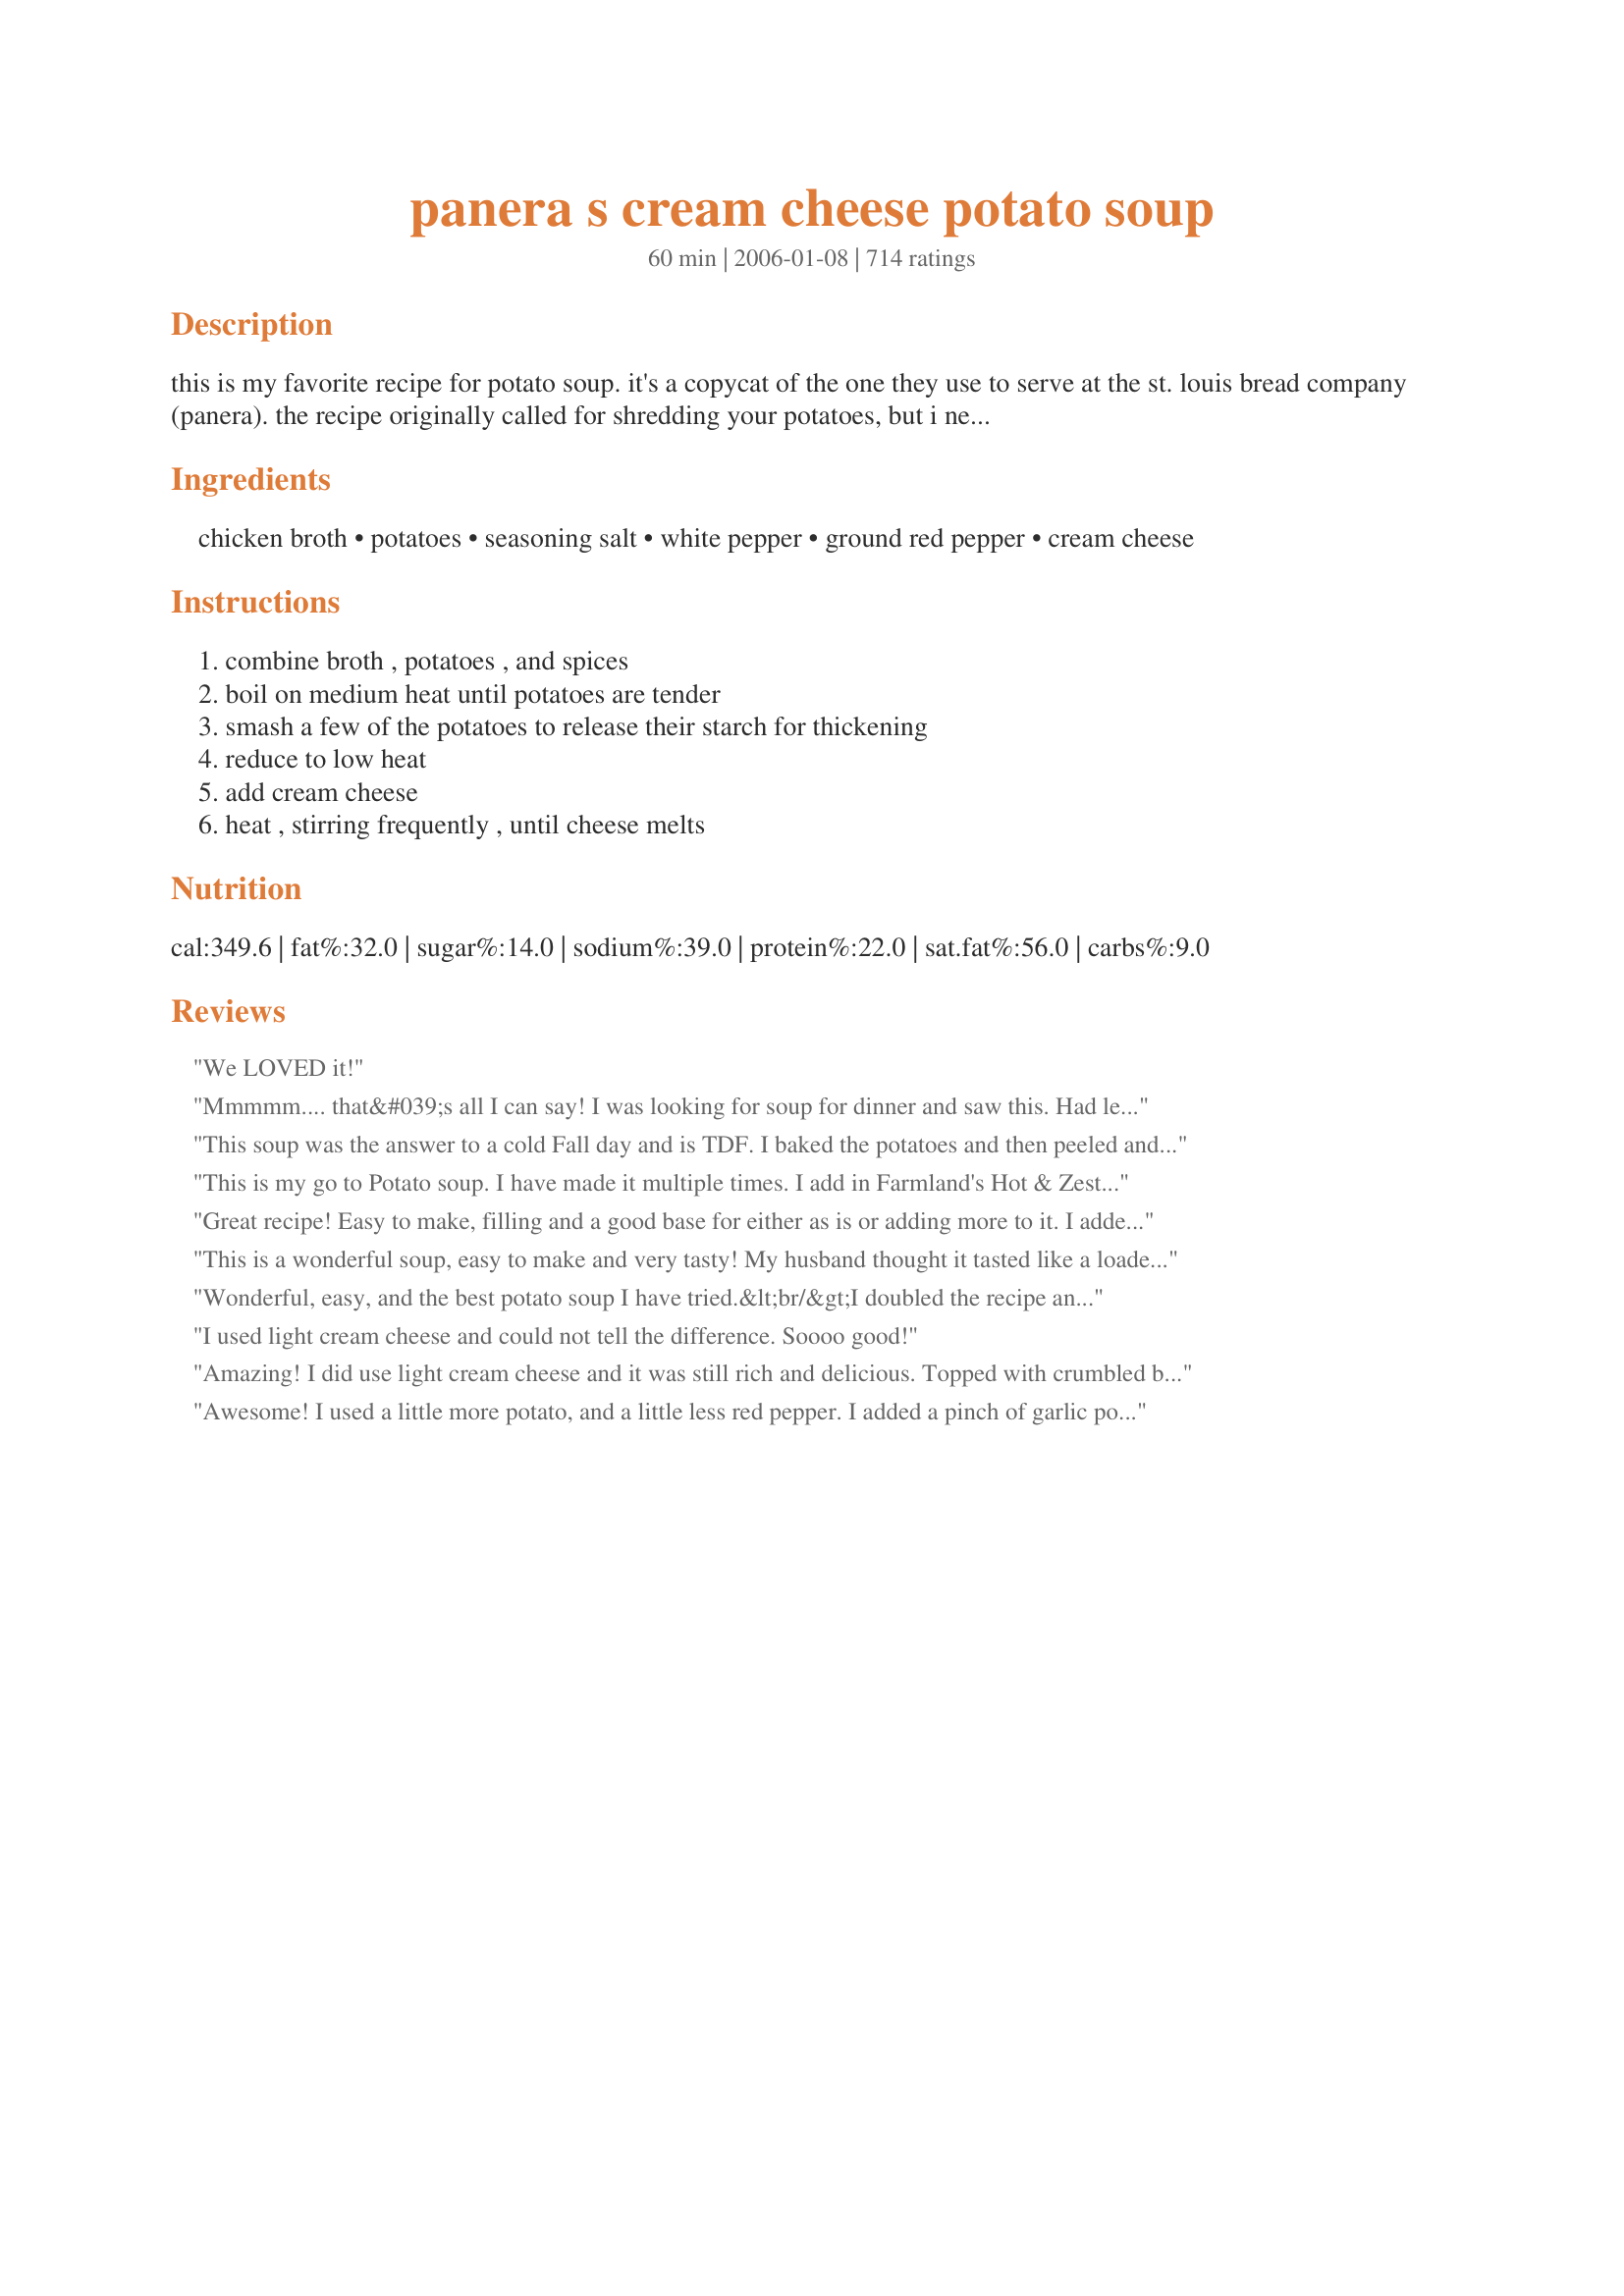
panera s cream cheese potato soup
Preparation time: 60 minutes

this is my favorite recipe for potato soup. it's a copycat of the one they use to serve at the st. louis bread company (panera). the recipe originally called for shredding your potatoes, but i never could get them to cook that way. i know they should cook faster, but i never could get it to work.

Ingredients:
chicken broth, potatoes, seasoning salt, white pepper, ground red pepper, cream cheese

Steps:
combine broth , potatoes , and spices, boil on medium heat until potatoes are tender, smash a few of the potatoes to release their starch for thickening, reduce to low heat, add cream cheese, heat , stirring frequently , until cheese melts

Reviews:
We LOVED it!
Mmmmm.... that&#039;s all I can say! I was looking for soup for dinner and saw this. Had left over mashed garlic potatoes so I used those and added a little bit of shrimp meat that I had left over. It was so easy and DELICIOUS!!! Will be making again!&lt;br/&gt;&lt;br/&gt;Served with spinach salad and rolls. Mmmmmmm!
This soup was the answer to a cold Fall day and is TDF. I baked the potatoes and then peeled and cubed them. I blended the cream cheese with some of the broth and added some fresh rosemary. I followed the recipe as stated and topped it with some shredded cheddar cheese and copped bacon. I will use this a base for other dishes like clam chowder or ham chowder and add shredded carrots and leeks.
This is my go to Potato soup. I have made it multiple times. I add in Farmland's Hot & Zesty Pork Sausage and oh my goodness this is to die for. I don't really measure the potatoes but I am sure that I use more than the recipe calls for.
Great recipe! Easy to make, filling and a good base for either as is or adding more to it. I added extra cayenne and also added some "cole slaw mix" (aka shredded cabbage and carrots minus the slaw sauce). Also added, for a 2 person portion, 3/4 Tsp of Garlic Powder.
This is a wonderful soup, easy to make and very tasty! My husband thought it tasted like a loaded baked potato with the toppings of sharp cheddar, real bacon and chives. Yummy, thanks for sharing, will definitely make this again.
Wonderful, easy, and the best potato soup I have tried.&lt;br/&gt;I doubled the recipe and used salt instead of seasoning salt and cut the potato chunks to a bite size. Cook on high until boiling then decrease the temperature to simmer for about 10 minutes or until tested with a fork. Remove from heat for a minute or two before adding the cream cheese, stir gently with a whisk and it melts much easier and smoother than adding while still on burner. &lt;br/&gt;Immediately put any extra soup in individual cups to save. By doing this the extras will cool much faster, and the potatoes won&#039;t keep cooking as quickly. and cause the potato chunks to dissolve.
I used light cream cheese and could not tell the difference. Soooo good!
Amazing! I did use light cream cheese and it was still rich and delicious. Topped with crumbled bacon, shredded cheddar, green onions and plain greek yogurt. Hubby and I ate could not get enough and are looking forward to leftovers today.
Awesome! I used a little more potato, and a little less red pepper. I added a pinch of garlic powder and chopped spinach. I will definitely use this again.
I made this soup and OMG is it a little bowl of heaven. I doubled the recipe since I have to feed 5 people AND I wanted left overs. I did add some garlic. It was so yummy!!! I topped off each serving with bacon, I had made earlier, cheese and chives. I love potato soup, other recipes I used made it too watery, not this one.... Try it you will not be disappointed.
Insanely good. I made it with http://www.recipezaar.com/45562 and it was a fantastic winter meal!

It was a little too spicy for us, though - next time I will use 1/8 tsp of the cayenne.
This is awesome. I've never had the original, but loved this recipe. I put it in my crockpot (adding the cream cheese during the last fifteen minutes of cooking), and lightly used a hand mixer to break up the potatoes. Thanks for posting this.
Since it was only 8 degrees here today & I've had a taste for potato soup I thought Id try this highly rated recipe. Another vote for a 5* recipe from me! I always try to follow a recipe for the first time then make changes but I knew Id have to add a little more onion & have to saute it in some butter before adding the rest of ingredients, just because we love onion, I finely chopped 3 but they were on the small size. Served it with recipe#116185 & added green onions & shredded cheese on top of the soup. I set aside some of the potatoes before I used the stick blender. It was nice & warm on this fridget night. Glad there is enough for another bowl for the each of us for tomorrow.
When I make soup, I sometimes add the Rondele cheese spread...either the artichoke and garlic or the garlic and herb. Has anyone tried the Rondele in this recipe?
Great recipe and easy!! I didn't have broth, so I just used water and chicken boulleon. I also added a little more potato.
Delicious! I used 1/3 less fat cream cheese and it was great. I did add leftover ham so I would cut the salt down if you plan to do that. My husband said he would love it if I made it every week! Thanks!
YUM YUM YUM! I wish I could give this recipe more than 5 stars. It is so delicious.

I made a couple of minor adjustments: I didn't have seasoning salt or white pepper, so I just used regular kosher salt and fresh ground black pepper. I also reduced the cayenne pepper to just a dash. And I used homemade chicken stock instead of broth. I also sprinkled some shredded cheddar cheese on top of each serving.

This will be a keeper in my house! The cream cheese ends up tasting a little like sour cream (a popular potato topper), so even my husband, who hates cream cheese but loves sour cream, gobbled it up and went back for seconds and thirds. Thank you for this fantastic recipe!
Truly the best potato soup I've ever had and the bonus was it was so simple to make. My kids even liked it and they don't like anything!
I made this tonight. I managed to mess it up though by using crushed red pepper flakes because I didn't have any cayenne. And I accidently used twice as much. My face was on fire. I think I'll make another batch and leave out the spice and mix both together. Other than that, I can tell it's great.
Excellent "as is", but added 1/4 tsp of garlic powder. Very creamy and thick, which I love my soups to be!! Thanks for sharing your recipe!
This was amazing. Followed it exactly except I used black pepper instead of white. Served it with Mexican cornbread. DH raved about it!!
Quick and delicious! I took the advice of a previous reviewer and blended the potatoes rather than just mashing them. I poured it into the blender, a quick blend, and then back into the pot to add the cream cheese. Also, I used Onion Onion and Season Salt from Tastefully Simple instead of all the other seasonings. It was absolutely perfect for this rainy, cold night. Yummy!!
I inadvertently forgot the onions, but my family didn't mind. My youngest gobbled down two bowls. I did use 1/2 the cream cheese amount and that was enough for him. Thanks for a new addition to the soup rotation!
I just made vegetarian version of this soup and it was fantastic! I doubled the onion and used low fat cream cheese and it was creamy and delicious!
I created an account just to give a rating on this recipe. This soup was amazing. So, so good. Hubby went to Panera to get some hot potato soup one day after work and they had sold out of it for the day - he was heartbroken. Just had his heart set on that soup, but I didn&#039;t know how to make any for him. Looked up this recipe and figured I&#039;d give it a try, never having tried Panera&#039;s soup myself. So glad I came across your recipe! This soup was so easy to make and it all came together beautifully right at the end. My husband and I fought over who would get the last bowl, just delicious. I listened to some of the other reviewers and baked the potatoes in the oven, then added crumbled bacon bits, a little minced celery and a few red pepper flakes. Absolutely delicious! Didn&#039;t take long to make me wish I&#039;d doubled the recipe, will definitely do that next time. This was my first time making potato soup and it was amazing. Thanks for sharing such a great recipe!
I doubled the recipe & did shred the potatoes. It ended up very thick & the red pepper gives it just the right kick!
This was definitely different. I'm giving it 5 stars because I couldn't keep my wife away from the pot of soup. She loves it. I garnished it with paprika and dill leaf. The cream cheese really gave it a tangy taste. Thanks for posting!
It was very good but too much pepper. I will cut down on the pepper levels next time I make it, but i will definitely make it again.
I added half a cup of Creemore Springs Premium Lager and didn't add any salt. Perfect on a cold Saturday afternoon. Thanks.
Made just as directed, loved it!! Was leery about cream cheese, but it worked in perfectly. Without a doubt, 5 stars. Next time, I will throw in some crumbled fried bacon just b4 serving, just for added flavor. Thx., Shawn, excellent recipe.
I've finally found the perfect potato soup! This tastes exactly like Panera's. I used around 5 Yukon Gold potatoes, cut them length-wise into strips, and food processed them with the slicing blade. This gave it the perfect texture. I also used boxed chicken stock to save on sodium and load up on flavor.
This is quite good! I used dried minced onions and had to settle for a red/black pepper mix since the store didn't have white, but it doesn't seem to have taken away from the flavor. I got the Mrs. Dash original flavor and the lemon peel adds a nice little bit of vibrancy to it, too. I added half a teaspoon of garlic powder (I doubled the recipe) and I have to say, it turned out quite nice! I'm thinking if I make it again, I'll probably wind up using lots more potatoes (so that it's thicker) and maybe adding some canned white chicken breast for a bit more sharpness. Delicious and filling recipe! The texture is a little underwhelming if you don't have a stick blender, though!
We LOVED this soup! It was so easy to make and delicious. I topped it with a little crumbled bacon and shredded cheddar cheese. My kids raved about this. I will definitely make this again. Thanks!
Best potato soup I've ever made. The whole family loved it. Thanks Shawn H!
Wow great soup! So glad to have found your recipe! Will be my new potato soup go to!
Great soup, also added bacon and browned that before adding the liquid, always adds that extra flavor, can't wait to try something like chorizo next time
Delicious! My 5 year old said it was a little too spicy, but she cleaned her bowl anyway. Used black pepper & cayenne pepper and added a minced garlic clove. Also topped with shredded cheddar and crumbled bacon.

I softened the cream cheese but still had a hard time getting it to melt. 

Next time I will use lower fat cheese, use half as much, and melt it in the microwave first.

I will also double the batch next time! Yum!
Simple and delicious. We tried it first with the potato skins left on and felt like it detracted from the color and texture. Next time we are following the recipe exactly!
Phenomenal!!! Awesome!!! Loved it!!! In fact our son who is extremely picky says he loves it, too!! :) This is definitely something I will be making over and over again! I can't get over how much we all loved it and it is sooooo easy to make! THanks for a wonderful recipe!
This was an amazing soup! I had leftover cubed potatoes with skin on that had some seasoning on them already. I used those and followed the directions except for cooking the potatoes. I left the cream cheese out to soften then stuck it in the microwave for like 15 seconds to really soften it and it worked fine. everyone loved this soup.
Very good. The flavor and texture was very good. The only problem I had was I used extra potatoes and smashed a few to many. It got really thick. But what a flavor. Thanks Shawn
Good stuff! 4.5 stars from the hubby and me. I omitted the cayenne as well and it still tasted great. Made it last night for the first time and I'm now finishing it off for lunch today! Thanks Shawn! I'm looking forward to making it again.
DELICIOUS! It was very quick & easy and turned out thick & creamy. You could definitely play around with the ingredients a lot; however, I made it according to the recipe and it was great as-is. I served it with a salad and sourdough bread and ate so much I could hardly move. I will make this again in the future for sure.
This is delicious! I like how simple and inexpensive it is to make. I will definitely make this again.
Just made this tonight and loved it. It was so stinking easy I can't tell you. And yes the cream cheese melts, the trick is to let it stand at room temp before you put it in the pot. I've melted creem cheese in casseroles before and have never had a problem with it not melting. But the trick is the cheese needs to be warm. 

The soup seemed a bit thin to me so I added a little more cream cheese and that fixed it. Also helped to fix the salt issue because I put too much (didn't check to see if I needed more before adding more). Next time I make this I'll pay full attention to the recipe before I start dumping things into the pot.
Super yummy!!! All 3 of my kids (ages 7, 4 and 2) LOVED it. We garnished it with shredded cheese and bacon. I didn't have any red pepper, so I just left that out. YUM!!!
pretty good. I don't think I crushed enough of the potatoes to release the starch and thicken the soup. Be sure to do that if you don't want a chunky watery soup.
I have tried many Potato - Cheese soup recipes and this is the best. I no longer have to search anymore! Very straight forward, creamy potato cheese soup. I am eating a bowl of it right now. Thanks for sharing!!
Good soup. I seasoned with Tony Chachere's creole seasoning, parsley & garlic and it was nice & spicy. Will make next time w/ parmesan and chopped bacon. Can't wait!
First time making potato soup! Had to tripple it for my Bible Study group. I didn't have seasoning salt, so I added white pepper and another pepper. I followed the advice of others and halved the cream cheese and didn't peel the potatoes. I weakened and added pancetta to please all the meat eaters and EVERYBODY loved it! I must say, baking about 24 cups of potatoes in the micro is a loong job. Next time I'lljust boil them!
I didn&#039;t mind this, neither did my husband, but its probably not something I would make again or add to our regular rotation. The main reason being the kids weren&#039;t fans. As I always say, it was worth a try!
Delicious and easy to modify to your taste! I skipped peeling the potatoes, the skins add nice texture since I blend my soup in the blender (after cooling of course). Also, I used 4 oz of shredded Mexican cheese and 4 oz of fat free cream cheese (let it set to room temperature, it will melt easier into the soup).

Just made this again, doubled it for 5 people. Used only green onion and a tsp of garlic saut&eacute;ed in butter first, and added a thing of cooked bacon. The 3 kids of the house all had dental work/wisdom teeth pulled today, and even they commented on how good it was. Thanks, this was scrumpsh!
Delicious, simple to make and ingredients that I usually have on hand. Look no further, this is it!
Very good soup. I didn't bother to peel the potatoes. Next time I think I'll cut back on the seasoning salt, but other than that, it was perfect.
so easy and delicious!
i think you could easily add another cup of potato to make it nice and thick.
I don&#039;t like soup but tried this recipe and have been hooked ever since...family favorite kids are always asking me to make it
AWESOME! I made as directed except I added 1 t. garlic powder &amp; 1-2 t. of dill weed. I used an immersion blender to make it creamy &amp; smooth. Thanks for posting...it is a keeper!
Super easy and fabulous recipe! I have made this many times and everyone loves it! I add some cornbread muffins and make it a meal! Besides the fact that it is so delicious, the fact that you always have all the ingredients on hand makes it a great "go to" dish.
I took the other reviewer's suggestion and sauteed the onion in butter. I doubled the recipe and it filled about 3 -4 quart jars. I did not have seasoning salt so used an extra bouillon cube for added flavor. I added additional sea salt as well. Very good soup and served it on Christmas Eve with fresh bread sticks.
Our 3 yr old will eat it, so it's a keeper at our house!
Yummy! Didn't think there were enough potatoes. Added a can of cream of potato soup just to thicken and add a few more diced potatoes. Also added diced ham... GREAT recipe!
OMG This is delicious! I even cheated and used diced hash brown potatoes instead of peeling and cutting my own! Why didn't I think of that before?! I will never peel another potato again! I was afraid the cream cheese would make it too creamy, but it's perfect! I added some chives, and kept everything else the same. Definitely a keeper!
yum!! I used russet potatoes and 1/3 fat cream cheese, sliced up some green onions and voila! This came together quick! Would also be good with broccoli, cheese, bacon, carrots, ect... Flavor is all there- thanks for sharing!
This was really delicious! I used FF cream cheese and it turned out great!
We added potatoes and broccoli and it was awesome. Though we just used regular ground black pepper, it was great!
I have made this over 100 times and have shared the recipe to many. Thankfully I did print up this recipe several years ago in case there was no internet service someday when wanted to make it. Original recipe called for 1/4 cup minced onion. I will sometimes throw a small carrot in to mince with the onion to add a little color. I always add diced ham and make beer bread to dip in it. EVERYONE who eats this loves it.
wow... never had this before. It seemed too easy to be this good. I made some substitutions based on what I had - split the recipe in 1/2, used vegetable bullion cubes with water, and regular pepper. I have to say the minced onion and cream cheese is really what makes the flavor pop. Thank you for a wonderful recipe!
I've been searching for a really good potato soup...and I've found it!! This soup is so flavorful! Some potato soups I have made are so bland. I used low fat cream cheese and added some green onions and bacon on top, YUMMY!
I couldn't help but share my own thoughts on this fantastic soup! It was a favorite of mine from when I lived in STL, and ate at The Bread Co often. The only change(s) I made were (taking from another reviewer) sauteing the onions in a little butter and olive oil first, and for the liquid (We had ZERO chicken stock on hand) I chose to use 1/4 cup white wine and the rest using water. I also melted my cream cheese into the wine and onions before adding potatoes and water. It seemed to help with the problem other's had with their cheese not melting entirely. Reheats wonderfully and even added a little milk to it, to thin it out the day after. Wonderful tasting soup! Thanks for sharing. :)
This was really easy and came out great! Followed the instructions fairly closely. I used a peppercorn medley instead of white and red pepper, and instead of seasoning salt I have used garlic salt and add some &quot;Cookie&#039;s Flavor Enhancer&quot; (a spice blend I love). I also sauted some crushed garlic with the onion before I added the broth and the rest of the ingredients. Then when the potatoes are for tender I put the cream cheese and a few big scoops of the soup into a blender and pour it back in the pot. I top it with cheddar and bacon, and served it with Rye bread toasted with olive oil and garlic rosemary. Even my eight year old ate it!
Just the potato soup recipe I was looking for! I'll definately be making this one agian and again. I did have some trouble getting the cream cheese melted totally, so next time I'll try melted it before hand. I added a little garlic (I'm a huge garlic lover!) and it was great. Thanks!
This was really easy and really yummy! I think I used more than 4 cups of potatoes; didn't measure them just used 5 medium russets. I mashed it up quite a bit too which made it nice and thick. Served with bacon bits and shredded cheese.
Oh so easy and good. I tripled the amount of onions, salt, and pepper. I also added a few dashes of garlic powder. You could def throw in more potatoes if desired. This comforting soup will be made regularly in our home during the colder months of the year.
Since this winter in FL has been extra cold & extra long we have been eating soup. We love potato soup and this was a nice change from my regular recipe. We gobbled it up. Served it the first time in bread bowls. It was just like being at Panera Bread. Thanks for posting
We all loved this soup! It was gone so fast, I may have to double it next time. So fast, easy and delicious. Thanks so much for sharing.
This is delicious! I used chicken stock and added diced potatoes until they were just covered with the stock. I was making this to satisfy a craving when friends called (at dinner time) and wanted to stop by and maybe eat, lol. I wouldn't normally serve soup to guests for dinner but I had no choice and I'm glad it was this soup. I served toppings to go along with this: crumbled bacon, green onions and I shredded some sharp cheddar. There were four of us and no leftovers. I'll be making this again soon. Thanks!
Excellent. Used black pepper instead of white and added 6 cups of potatoes...perfect. THANKS!
I love this. It is quick and simple. Will never try canned soup again. I did have to add a little of milk to mine at the end because I let it boil too long and it became like watery mash potatoes, but still wonderful.
This is the best soup ever! I make it for functions and freeze it for those lazy dinner nights. Everyone LOVES it!!
Very, Very yummy potato soup. I making it for the third time tonight in about a month. Even my three year old loves it. The last time i made it, I omitted the red pepper and added 1/4 tsp of celery seed. It came out great! Tonight I'm going to use the Chive and Onion variety of cream cheese instead of the plain.
This is so good (and easy, too)! My husband, kids, and I LOVE this! I was skeptical about boiling the potatoes in the soup itself, as I have done this once before with a horrible outcome, but I gave it a go and it turned out wonderful. This was a great time saver. I added some chives and crispy bacon bits to this for a 'baked potato' flavor. It was great! I have never had Panera's potato soup so I can not judge the flavor of this to that, but I highly recommend you try this. Add in whatever you like in potato soup and you won't go wrong! Thanks, Shawn H. for a great recipe!
It's a keeper! Loved this recipe. I didn't have white pepper, so I used black pepper. Also, I thought the soup needed some color, so I had some real bacon pieces and some dried cilantro that I had in the cupboard. If I had parsley I would've added that. It was fantastic, and even my non-soup-eater-son loved it!
This was great and does taste like Panera's soup. One of my daughters is a vegetarian so I replaced the chicken broth with vegetable broth - still tasted great!
We've made this many times, I can't believe I haven't reviewed it yet.
This is a great soup. The only thing I do differently is I add some bacon. To me Potato Soup just isn't complete without bacon.
Mmmmm! Fantastic! I made this for dinner a few nights ago for my family, and it was a big hit! Definitely something I'll make again! It was a little too spicy for my taste, but I think that's just me being weird. Thank you for the awesome recipe! Loved it!
Made this tonite and it was great. I will make it again. I did shred the potatoes because it seemed easier and it worked fine. I also put the soup in a blender at the end to smooth it out. Would also be great with Bacon and Cheddar.
I am giving is 5 stars because it is so simple and tastes wonderful! However, I could not get my cream cheese to completely melt. I brought the cream cheese to room temp before adding to the soup. I did use a store brand cream cheese that I cannot tell a difference between it and the Philly brand. Maybe that was the reason? Next time I make this, I will definitely use the premium brand. I have several potato soup recipes, but this is the creamiest and richest soup that I have ever tasted and by far the easiest. Love it!
Great soup and easy to make. I used black pepper, added some sliced green onions and right before serving added crumbled fried bacon. Delish!
I have never been to Panera, but I LOVE potato soup and wanted to try a new recipe because this looked so much easier than my usual. Honestly, it tasted good. If I hadn't known it had an entire block of cream cheese in it I probably would have loved it, but to me it was more like cream cheese soup than potato. I won't make it again, sorry.
So simple yet so delicious! I made it vegan by using vegetable broth and Tofutti "better then cream cheese". I also added broccoli. Yum!! Thank you for sharing!
This was really good and very filling. I didn't have white or red pepper so I used black pepper instead and it still turned out great. I think this is one of the best soups I have ever had in my life, so I really appreciate the recipe! I stirred the soup with a wire whisk to get the cream cheese to finish melting quicker, because the soup smelled so good that I didn't feel like waiting another 5 mins for it to melt! I made some bread in my bread maker and served that with it and it was a very delicious (and cheap) dinner. Next time I might try adding in a small can of corn.
Nicely rich and flavorful soup, that we absolutely loved!
So much flavor for such a simple dish. This is how I will be using up my extra potatoes from now on. Kudos Shawn!
This is simply amazing! I added some diced ham to it and wow my kids and husband are in heaven! I will be making this again and again!
LOVED THIS!!! I have made it everyday since I have found it. This soup is the best potatoe soup I have ever tasted. I have added chunks of ham and I am also added corn to a batch. Both taste great in this. Great soup you could add anything to if you wanted and it would turn out great. 10 stars!
This soup is amazing! It was wonderful with a hot loaf of crusty wheat bread and a spinach salad. YUM! Hadn't ever had Panera's version -- but there's no need to bother as this is excellent!
This soup is just plain AMAZING!! It was quite easy to put together and even the kids who dont like potatoes ate it. Thanks
Just cooked it today and WOW!! it was delicious. even my two year old niece enjoyed it (and she is an extremely picky eater). I followed the directions exactly and it was great. Next time i will use less red pepper though because it was a bit spicy for a few of my family members.
My daughter and I had this soup on Christmas Eve. It is absolutely delicious, and I will definitely be making it again.
Fabulous soup!I can't believe how easy this recipe is. I had some cream cheese left from the holidays so I decided to give this a try as my husband loves soups.I added some diced ham and dillweed and I always add about 2 tblsp. sugar to my soups for added flavor. Wonderful!
WOW! Our teenage son made this easy recipe (doubled it) on &quot;his&quot; night to make dinner. It was AMAZING! DEFINITELY a keeper! (Could be simplified/even quicker by buying frozen cubed potatoes if needed.) This is a weeknight &quot;keeper!&quot; Thanks for sharing!
It looks so fantastic in the picture - served in a baked potato shell. I suggest instead of using cubed potatoes, bake them first, scoop out flesh and add to stock with the rest as instructed, rebake the shells to get them crispy and serve in the potato skins.
I make this soup with baked potatoes. Leave the skins on and everything! I use fat free cream cheese and it tastes GREAT!. (you may have to stir it up more) I have found that by baking the potatoes the night before it cuts down on cooking time and brings a whole new flavor to the recipe.
I actually tried this recipe a couple months ago and forgot to leave a review! This is awesome! I have tried and tried to recreate my grandpas old recipe as he never wrote anything down and took it to the grave with him :( I came across this one and although his never had cream cheese in it I have to say I think its better! The only change I made is I add a little bit of parsley to it for color...my son usually eats 2 bowls of this when I make it and he HATES soup! Thanks for an awesome recipe!
This was excellent. We used a handblender and the soup was thick and creamy. A really fast way to use up extra potatoes.
Love this soup - it is now a staple at our house!
Wonderful potato soup!! Finally found a good recipe! Thank you!
Having worked at St. Louis Bread Co. when they served this soup, there are two things you're missing from the soup. One ingredient that was key to the taste is dill weed. Also, they had some very tiny pieces of chicken in it to make it a little richer. Still, this is a good recipe.
We really enjoyed this! I didn't add the salt (I used chicken bullion cubes for the broth which have plenty of salt) I also added some broccoli there at the end because I didn't think there were enough potatoes, and it needed something extra.
This is really really good......I tripled the recipe...and addewd a tough of hevay whicpping cream and some cheddar cheese...used 1/3 less fat cream cheese....a great tasting fast soup.
Wonderful dish. Simple, relatively quick, couldn't be better. We left out the red pepper because my wife doesn't do spicy, (I know, it's only 1/4 tsp but if she's cooking it gets skipped). I can't wait to make it again.
Yum! I left out the salt completely since I thought it was salty enough with the chicken bouillon cubes I used; added two minced garlic cubes and subbed low fat cream cheese. I definitely recommend this soup! It was delicious and creamy. For us, this recipe made about 3-4 servings--not 6. (And usually I half soup recipes that serve 4 b/c they usually serve twice that!)
Got thumbs up from my daughter and I. Who would have thought cream cheese would do it??? Had no problems with my soup being nice and smooth. The only change (sorry) was adding about 1 c. diced carrot for color. Will try w/ ham or sausage also. Thanks!
Very good! I left out the onion and only put in a pinch of red pepper.
Outstanding soup. I prepared this as a special meal for my wife since her new braces had made her mouth very tender. She loved it and so did I. I paired the soup with garlic cheese biscuits.
Great recipe. I added vegetarian broth instead of chicken. I also sauteed onion and garlic first before cooking the potatoes. I will be making this over and over. next time I will add some asparagus, or broccoli and cheese. This is a winner.
I worked at Bread Co. in high school and this was one of my favorite soups! I have been searching for a recipe for it. I did adjust a bit. I left out the cayenne pepper because I did not have any. Also, I used 5 large potatoes in the recipe (cubed 4 and shredded one). I added the shredded potato last after the cream cheese. I sauteed the onion and added some cubed ham--not much, maybe 1/4 cup. Then, I added a bit of chive. I only added 4 oz of cream cheese because someone had remarked that the whole 8 was a bit much, so I figured if it wasn't good, I'd add the rest. After the cheese melted, I added the last potato that was shredded and simmered for about 10 minutes or so. Yum...
Fantastic soup! Mashing some of the potatoes really gives it a nice texture. The cream cheese adds a velvety texture. I'll be making his again. Thanx for sharing.
Turned out really really good
This is a very good soup, one bowl is definitely enough as it is very rich even with using low fat cream cheese. I think next time I will decrease the amount of cream cheese. I loved the bit of heat from the red peppers (I used crushed). I followed someone's suggestion and sprinkled crumbled bacon on top which really added to the dish. There is one bowl left and I have already claimed it for my work lunch. Thanks for sharing your recipe.
I've made this 5 times in the last 2 months, and have served it to guests twice. I could honestly eat this every day and not get tired of it. Love the tangy spicy flavor!!!
Good stuff! I think next time I will forego the red pepper. I didn't have white, so I used a smoky black pepper.
Sauteeing the onions prior to boiling them to make the soup would definitely make it taste richer, but even without this step, the soup still cooked up delicious. After smashing the potatoes, the soup thickened considerably so that not much stirring was needed upon adding the cream cheese to it. Easy preparation. This was inhaled by my children. Thank you for sharing.
I give it 5 stars for how easy it is, how tasty it is, and how adaptable it is. I've made it two times: both in a crock pot on high with 6 cups cubed potatoes rather than 4 c...because the crock pot doesn't loose it's liquid and can handle the extra potatoes. Dump everything but the cream cheese in for about 4 hrs on high as others suggested. Once potatoes are done, I use a potato masher and chop the potatoes...but I leave bite-size chunks because I like it that way. Set crock pot to low and add the cream cheese and stir it up until it's melted. Then, before serving, dump browned crumbled bacon in it. Brown a whole package, use what you want (like all of it). Add a drained can of corn if you want, but DEFINITELY add crumbled bacon. If you add the crumbled bacon too early, while cooking the potatoes, it'll get soggy. I learned the hard way. So wait until you're about ready to serve. (I was short on cream cheese, had just 2/3 of a block, but it still was good.)
This is the first time I've reviewed a recipe, but thought I just had to. My many thanks to Shawn H for this recipe.. I live in the deep South and It never gets that cold here, but last couple of days it dipped into the 20s and we wanted a great comfort winter food. I had cream cheese left from the Christmas baking, so this recipe fit the bill. Although I did make a few alterations, all the credit goes to this cook. Another reviewer had said she used baked potatoes instead of boiled and sounded easier to me. I cooled the potatoes and added them last because they were cooked thoroughly already. Sauteed the onion, spices, then added broth. I also softened the cream cheese in the microwave, making it super easy to dissolve. The only thing I added was cheese and bacon (put crumbles in in last couple of minutes). I realized alot of people frown on Velveeta (I know, not really cheese) but I used a mixture of that and light shredded cheddar, adding with cream cheese. I did thicken with a bit of flour and evaporated milk, because we like a really thick soup. The flavor is just so good. Texture is great. This is definitely a keeper. Will be my go to soup from now on. Thanks so much, Shawn, for posting this!
We all loved this! No big surprise because we love St Louis Bread Company! ;) This soup was a snap to throw together and turned out rich and creamy. So good for such little effort! I topped it with shredded cheddar and chives. Thanks so much for posting!!
It was amazing! However, a little spicy for me and my family, it also wasn't enough. It does not make even five servings. So Second try a while later, I doubled the recipe and kept the white pepper and red pepper mesuments the same. It is all I want on cold winter days!
Delicious! I made this soup in a crock pot and it was so easy! I did cut back on the cream cheese and added some shredded cheddar. I made the mistake of trying to freeze some of the leftovers though...the soup tasted fine when thawed and re-heated but looked chunky instead of creamy.
Loved the soup, sauteed onions, carrots, celery and garlic in some butter then added some ham chunks and followed thru with the remaining recipe ingredients. Delish. We have a head chest cold today so we doused it in hot sauce!
Wow! A silky, smooth soup with a slightly spicy finish. I used my immersion blender to make it perfectly smooth and then served it with crispy crumpled bacon and shredded cheddar cheese. Next time I'm going to see if it works with potato flakes and Velvetta for a great "pantry" meal during a storm or power outage.
When one review said &quot;If sweet little baby Jesus floated down from a cloud and handed you a bowl of soup, this would be it.&quot; I had to try it.
In a word Excellent. Thanks for the recipe
Such a great recipe! It's wonderful just as written. I read reviews after I had made the soup and learned a lot of great additions or alternate techniques to complement this recipe. Will definetly make this one again... and again... and again! <br/><br/>For novice cooks- do not cut your potatoes ahead of time because they will get brown and gross!
Yum! This was very easy to make! It tasted amazing and my toddler loved it as well! It was so creamy and rich. I halved the recipe, since it was for just the two of us. It worked great! Thanks! I will be making this many more times!
Family favorite soup. Will never try another potato soup recipe again. This IS the best. By the way, I use "Lite" cream cheese packages and it tastes exactly the same as regular (have made it both ways). DEFINATELY TRY THIS RECIPE!! :)
Excellent! The amount of seasonings were perfect. And I particularly enjoyed the bit of kick from the red pepper. It was just the right amount. This soup is not only excellent by itself, but it is a 'culinary canvas'. I plan on getting creative with delicious items to add! Thanks for posting!
I doubled the recipe. This was a hit with my family. One of the best soup recipes of the cold season. I also garnished with bacon bits and cheddar cheese.
I have never had Panera's potato soup so I cant say if this tastes like it. I can say that this is delicious potato soup. I followed the recipe exactly except I used a half an onion ( I love onion )and used black pepper because I had no white. I expected to really be able to taste the cream cheese, but it was not overpowering at all. It blended beautifully. There was just enough heat from the cayenne.
*edited to add* I have found after making this numerous times that I like the ratio of 6c of potatos to 4c of broth the best :)
This was great! We had our first fallen snow today, and we needed something to warm us up. This was just perfect, as I had everything on hand. We served it in soup bowls, and it was sooo good (probably really high in carbs, but oh well). It didnt have quite as much taste as I was hoping for, but it wasnt bland either. Next time I will add a little garlic and more onion and see if that helps. Thanks so much for a great soup!
I love this soup. Some changes I made: pan-fry 6 pieces of bacon, saute the minced onion and 1/4 cup minced celery in the bacon fat.

Add this mixture to the blended soup along with another cooked potato, diced for some chunkiness. 

Fabulous!
I added 1/4 cup instant potatoes to make it a little bit thicker. Awesome! After the first batch I learned that I need to double the recipe so that we could have leftovers :0) Great with bacon and chives sprinkled on top.
I have to confess... as I was cooking this recipe, I was quite skeptical about how it would turn out by it's appearance before the cream cheese... but it was FANTASTIC!!!!! I LOVE the "bite" from the red pepper... Thank you for the AWESOME recipe... I am already looking forward to making this again!!!!!!!!
Very nice Potato soup! It came together quickly and hit the spot on a cold evening. I will make this again. Thank you Shawn for posting this recipe.
Wow! Awesome! Some reviewers were right...it looks kind of icky right before its ready...I did use a stick blender bec we like it smooth. This I did immediately after adding the cream cheese. I served it like a loaded potato bar with crumbled bacon, sour cream, and freshly shredded cheddar cheese.
A different take on potato soup. DH and I enjoyed it! The taste was reminescent of a hashbrown casserole my mom often makes.
Blah- I was so excited but this did not meet expectations at all- the only good part was again learning that one does not need cream/milk to make a creamy soup- if you use a blender/immersion style mixer, but I don't think that was even part of the instructions. Reserve some of the potato chunk and mix up the rest and let me know how to season it well.
I make this two times a month. It doesn't last the day. It is by far the best potato soup I've ever had. Everyone loves it. I add a few carrots and some celery to it but other than that I follow the recipe. It is a winner!!!
Wow is all I can say.....this was great!!!!!
Wonderful creamy potato soup! My kids and husband loved it (and so did I!)
Delicious + Super Easy = Five stars. This was great. I made it with 1/2 block fat free and 1/2 block reduced fat cream cheese. Still very good. And, I didn't even bother to peel the red potatoes. The kids loved it so I'll definitely make this one again, and again, and again.
I doubled this recipe and am so glad I did. This is a fantastic potato soup recipe. We added celery salt to the soup at the table.....mmmmmm. Thank you so much for sharing, we loved it.
SO EASY AND DELICIOUS! I highly recommend this recipe!
Noting the feedback from other reviewers, I had great success with this recipe. Sauteed onions + 1 clove garlic in butter; added room temp chicken stock AND room temp cream cheese (cut in cubes) and very slowly heated to dissolve the cheese before adding the cubed, baked potatoes. Adjusted seasonings, added some dill, some lemon-dill mustard. Pureed all using an immersion blender. Rich, creamy soup fit for a Queen!
I like this very much. I add some bacon to it for an even nicer flavor, but that&#039;s what I&#039;m used to growing up. :)
This is my staple when I'm feeling sick and need some comfort soup! My husband is allergic to onions, so I add onion powder instead. I also add carrots and celery while boiling the potatos - just to have a bit more color. I also added celery seed and salt the last time I made this, and I thought it really enhanced the flavor. Thank you for sharing!
I made this vegetarian and it was wonderful! I replaced the chicken stock with Pacific Organic Vegetable stock. I did double the recipe and I kept to the original recipe except forâ€”using 4 cups of veg stock and 4 cups of water (just my preference too much stock is over powering for me) and I used only one block of cream cheese simply because after I mixed in the one block it tasted sooooo good I didnâ€™t add the other (save on calories too). The meat eaters in my family garnished it with bacon and the vegetarians garnished it with fake bacon bits (Bacos). I served this soup with homemade bread and a saladâ€¦perfect for a cold fall night. THANKS!
Really great, an easy alternative to my favorite crockpot potato soup. I used southwestern frozen potatoes, 1/3 less fat cream cheese, and only about 1/8 tsp red pepper, topped with cheddar, bacon and green onions. Very yummy, thank-you!
FABULOUS soup! My family declared it was "the best soup" I ever made. I did add a 7-oz can of green chilies with the potatoes. Also had shredded cheese on the side for garnish. We will have this a lot this winter!
Put it in a bread bowl for
a rich thick meal!!
This is perfect. I ommitted the onion because I am allergic, but it still had great flavor! We used an immersion blender to get the smooth, creamy consistency that we like in potato soup. Delicious! Served with ham and cheddar stromboli.
Wonderful. I made this soup before going out with some friends for my husband and brother in law. It was gone by the time I came home. They raved about it all night.
This recipe took less than an hour for me to prepare, and it was very easy! Perhaps I cut the potatoes smaller and they cooked faster. I thought the soup was a bit thick, but it might be because I mashed to many of the potatoes. Overall, a very tasty recipe and I will definitely make it again.
While this may not be 'the' Panera bread recipe, we very much enjoy the simplicity of this adaptation. A good soup when cooked with ingredients as called for, but so easy to amend to your liking. Carrots, celery, fat or low fat cream cheese, real or imitation bacon, a little more potato, reduced sodium broth, there are so many options. I've made this soup many times, with many variations, and have yet to come up with a version I did not like. <br/><br/>Once the potatoes are tender, I scoop about two cups of them out of the soup and set aside. Since the cream cheese is softened at this point, a hand-held ricer comes in very handy for squeezing the cheese uniformly into the soup. Then squeeze the potatoes through the ricer, which not only thickens the soup, but helps to clean the cheese out of the ricer. <br/><br/>You might guess what is on the stove as I type this. :-)
OMGreat soup! Easy and delish! 
Added broccoli and cauliflower. You can even sub. cauliflower in place of half of potatoes (used 10 small potatoes) for lower calories. Topped with scallions and croutons, mmmgood.
This was soo easy and so good. I used regular pepper and omitted the red pepper because of my 6-year old.
This was OUTSTANDING! My mother and sister always made the best potato soup. This was better. Added a bit of crumbled bacon. What a great soup on a cold winters day. Thx for sharing.
YUM YUM and YUMMMM...I've made this soup 3 times w/in a months time..lol. It's SO crazy good, quick and easy. It's a HUGE hit with everyone that I've given it to try or given the recipe to try. My girlfriend made it for her family and they've asked if she can make it once a week for them and they like a lot of kids can be very fussy eaters..her husband agreed w/the kids and his IS a VERY fussy eater. Thank you! Thank you!! THANK YOU!!! for posting this recipe!!! As I said it's a HUGE hit here in Upstate NY!!
Absolutely loved this!
I've never had Panera's potato soup before so I can't compare the two, but this soup was good and rich. I followed the recipe exactly and I found the soup to be on the thin side. So next time I think I'd add maybe 1/2 cup or more potatoes.
We loved it, easy and had great flavor.
I made this tonight for dinner & my family went NUTS for it! Hubby said it was the best potato soup he's ever had! Other than sauteing the onions before adding them I followed the recipe, and I had to fight the urge to add more liquid, but I'm glad I didn't, it turned out perfect! Thank you so much for posting this recipe, it will be added to my "family favorites"!
I just finished enjoying this delicious soup. Plan on taking some away with us this weekend to share with friends and family. So very easy to make with items on hand. I did add some already cooked turkey bacon and some shredded cheddar cheese on top of the bowl. Wonderful, filling and great creamy consistency. This will be a regular on my soup rotation especially in the cooler weather. Thanks for sharing!!
This was the BEST potato soup I have made! I can't wait to play with it and add stuff like wild rice, ham, etc. I just don't know what to say but it's perfect! The texture, the taste and flavors...such a great combo....thank you so much!
After the rush of last minute shopping, I decided to make this for a quick dinner. This was extremely quick to make, and we really enjoyed it with toasted cheese sandwiches. Thank you Shawn.
WOW, WOW, and WOW!!!!!! Love this soup. Great flavor. So easy to make. Put it on to cook and was able to go do a few other things until the potatoes were done. Added chopped green onions and Hormel Real Crumbbled Bacon. Top notch soup:) Thanks so much Shawn H, will be making this often.
Pretty good basic recipe. My changes make it much better
it looks delicious ;))))
The only variations from the original is that I used green onions & red pepper flakes, and it was delicious! Accidentally used 1/2 of the cream cheese I should have (double the recipe, forgot to double the cream cheese) and it didn't seem to hurt it any! Still want to try it again with the correct amount though. :)
This recipe deserves 10 stars. It is without a doubt the most delicious potato soup I've ever eaten. I ate it without any toppings and it stands on its own. Instead of partially mashing the potatoes, I used my stick blender and the result was a smooth, creamy soup that is very easy to prepare.
Great and delicious! Many possiblities with this soup! I thought I had cream cheese, but found out that DH had consumed all of it with bagels during the week! I used Laughing Cow Cheese--6 oz. and it was just delish! Next time, I think i'd like to add a few minced carrots for vitamins and nutrients. The soup could be a base for many tasty soups to come. Thanks, Shawn H. for an easy, inexpensive and quick soup!
I am so excited to have found this recipe! I had everything on hand to make this great soup. I used a bag frozen hash browns with cheese instead of whole potatoes. I also used neufchatal cheese instead of regular cream cheese for fewer calories. The only other thing I would change is to leave the red pepper out until the end. The kids found the soup too spicy, but the hubby and I LOVED it! So Easy!!!
Delicious! We really liked this. I did add an additional 1/2 teaspoon of season salt and used low sodium broth. I I prepared the soup early in the day and then kept it warm in the crockpot until ready to serve. We topped ours with green onions and cheddar cheese. It couldn't have been any easier and tasted perfect on a cold fall night. Thanks for posting.
Not that this needs one more review, but this rocks.
This soup hit the spot on a cold, windy evening! Quick, simple and delish...I used 1/3 less fat cream cheese and didn't miss the fat at all. I might even try the fat free type next time! Thanks Shawn H.
I love this soup. Super fast, super yummy. I've made a few variations now and then with carrot or ground turkey, but the original recipe is definately my favorite. We have this at least twice a month. Thank you
This was perfect suop as good as it was rated! The only thing different I did was add some crumbled bacon!
YUMMY!
delish,I added sausage for more of a main course easy and flavorful. followed the recipe very good next time have to double the potoatoes and sausage so when you go for third s and fourths you will have enough feeds a family of 4 5 stars
We loved it. I felt like it needed a few more potatoes. To make it thicker, I added a few instant mashed potatoes.
This is the very best potato soup I have ever eaten. Easy too. We had hot buttered cornbread with it...just wonderful. Made it exactly to recipe - wouldn't change a thing. Thanks.
This was a good recipe for an easy soup! I did jazz it up a tad for my taste (extra spices, bacon, and cheddar). I used about 8 palm sized potatoes and it was just perfect for the broth. I used a whole yellow onion b/c I love onion. It's a very easy one to throw together and next time I think I'll use the advice of someone else and use a bag of the frozen cubed hashbrowns! That will make this a seriously quick delicious dinner! The cream cheese melted in just fine and while it cooked on the stove top I stuck bacon in the oven and they both ended up being done at the same time! Oh, and my potatoe masher broke so I used the spoon that you can use to lift things out of oil that has the big mesh grate (not fine but a really big one) and mashed it with that and the back of a wooden spoon lol Thanks for the easy recipe!
I absolutly adore this soup. It is simple yet impressive to make. I have made it atleast 10 times, and will continue to make it!
This is an excellent recipe for potato soup! Next time I will be adding some chopped up ham for some extra meat flavor! The only change I made is I added a stick of butter to the pot towards the end. I love butter in my potato soup! For anyone who wants additional flavor add some cheddar cheese. That tastes great too! Thanks so much! This is a keeper.

One more tip about the cream cheese, the recipe says to turn down the heat to low when adding the cream cheese. I had no trouble with it melting and being smooth when I kept it at low. One other thing I did that I forgot to mention was to mix some flour with water and add it to the pot. That helped thicken the mixture a bit and smoothed it out too. Hope this helps.
Very good soup! I ended up adding 1/2 cup cheddar cheese and some bacon cuz it was handy. And hubby wanted meat so I put some left over chicken in his. Served w/crusty bread. Nice and creamy.
I've made this twice in the last two weeks. It's delicious! Made some bacon to go on it last time. Extra tasty!
Very easy, very quick! You must try this soup! Rich, but not overly high in fat if you use reduced fat cream cheese. I've made it twice in the last two weeks. We prefer it without the cayenne. I used my immersion blender for a thick, perfectly smooth, creamy soup that gets wows from everyone I've served it to. Thanks for sharing.
Made this soup the other night and love it. However, I melted down the cream cheese in a saucepan before whisking it into the soup to see if it would help prevent curdling, and it still curdled. Oh well. A couple things I did different though was to had dill weed and chicken after reading Jeff Bloomer's review from about 4 years ago. He said he worked for St Louis Bread Co when they served this soup and one key ingredient to their taste was dill weed. And they'd also add tiny pieces of chicken to make it a little richer. I used canned chicken, and loved it in the soup. I also added some Watkins Garlic Pepper Seasoning to the soup, as we like a little more flavoring. It turned out great with the exception of a little bit of curdling, which you can see in my photo that I added recently. (Green square bowl with bread on the edge of it).
Yummmy!!!!!!
This was very good. I added some fresh garlic in with the onion and broth and used black pepper rather than white. I topped it with bacon bits, shredded cheese and chives.
Everyone loves this soup even the ones that say they don&#039;t like Potato Soup, definitely the most requested recipe I cook.
This soup was awesome. I added an extra cup of potatoes and a little shaved carrot and parsley for color. Will definitely make this again. Bacon pieces in a jar is a yummy garnish
I made the soup with KayKendrick's modifications since I was serving it as an accompaniment to an Italian Sandwich, I substituted Prosciutto for bacon and shaved Parmesan for cheddar cheese....the paring was fabulous and there weren't any leftovers....Excellent Soup!
Awesome Soup, added some thyme, garlic, crumbled bacon bits on top, and ate it with nice toasted bread (from Panera!)
I just made this today....Oh My...It is delicious...I will make this soup a lot...EASY, OUTSTANDING, and why buy it when you can make it.....Thank you so much for listing a gem!!!!!!
We love this soup! I used the equivalent of 1/3 c of onion - 2 tbls of dehydrated minced onion. Next time I need to double the potatoes and triple everything else. I precooked and cut up the potatoes. My dh says to make sure to peel the potatoes. Also, after slightly heating the cream cheese in the broth, I pureed it with some of the broth in the food processor.
I love my soups when its chilly outside, and this one really hit the spot! Made as the recipe directed, and the result was wonderful. I did add in about 1 c. more potatoes as we love them. The more the better! Thanks for another great soup recipe!
I love this soup! This is the second time I've made it. My husband doesn't like potato soup of any kind. So when I make this I know I can have it all to myself! Like someone else mentioned I also add a few more potatoes. But the flavor is great! The only thing I added was some shredded cheddar cheese on top only because I love cheese on everything. The first time I made it I shared it with a friend who came over for lunch. She loved it, too, and had two big bowls. Very good recipe, Shawn! Thanks for sharing!
Saw a previous reviewer&#039;s remarks of &quot;If sweet little baby Jesus floated down from a cloud and handed you a bowl of soup, this would be it.&quot; I couldn&#039;t have put it better myself. Amazing, amazing soup. I substituted Vegeta for the season salt and used onion powder instead of onions. It came out FANTASITC. :) :)
I made this after Christmas to use up some ingredients before going away for 5 weeks. It was great. I added some leftover ham to some of it, which was also yummy. Good recipe!
Finally, a potato soup recipe my picky husband LOVES! That alone is worth five stars, but it deserves the highest rating because everyone in my family loved it and it was so easy. I also used more than 4 cups potatoes (around 6 cups). I did not blend any of the soup/potatoes to help thicken the soup, and I will do that next time because I thought the soup was a little thin and I prefer a very thick potato soup, but it tasted so good that was a minor issue at best. I was not expecting so much flavor out of so few ingredients, but I was pleasantly surprised by the end result. I did add crumbled bacon, shredded cheddar, and a small dollop of sour cream to each bowl. I served this with sourdough rolls and salad for a fabulous and quick weeknight dinner. Thank you SO MUCH for posting this recipe! It's a keeper for us.
I guess I have to go against the rest of the reviews :( I was excited to try this because I LOVE potato soup.... but I was disappointed in the end. I really disliked the taste of the cream cheese in the soup (and I'm a huge fan of cream cheese)- it gave it a really funny flavor to me, and the aftertaste wasn't too good. It also made it REALLY thick, too thick. I think if I made this again I would replace the cream cheese with some sharp cheddar cheese... I think the "bitter" taste would go away then.
Loved this, easy and good. I made a few changes - &lt;br/&gt;&lt;br/&gt;To give more flavor, I saut&eacute;ed 2 strips of bacon with the chopped onion ( I used 1/2 cup onion ) and then tossed in the chopped potatoes. I deglazed the pan with a bit white wine, I pulled the bacon and then added the broth and simmered until done. I garnished with the chopped bacon and some diced celery ( my mother always garnished potato soup with diced celery ). &lt;br/&gt;&lt;br/&gt;Hang in there when the cream cheese melts - mid process - it does look curdled. Really a nice soup. Thanks
Great soup! Doubled the recipe in hopes of having leftovers. Didn't have any left! I think the servings are a little off. I only doubled the broth and the potatoes (plus added extra potatoes). I left the spices and cream cheese at the original amount and it turned out great. I did use bouillon granules to make the broth since I didn't have any on hand. Thanks for this great recipe!!
1st time to make potato soup. Very easy and very, very good. I was impressed at how good it was! Will definitely make again.
mmmmmmmmmmm cheesey
great soup....try my bread bowl recipe #394411. is delicious!
I did a half-batch using red bliss potatoes baked in the microwave. I scooped them out of the skins and mashed them up and seasoned them with paprika, salt, pepper and garlic salt and I used Neufchatel cheese and minced shallots. My daughter had two helpings and my husband gave it rave reviews as well. I love how quick it was to prepare.
I just made this soup for the first time. I followed it exactly the way it is printed. Even though I thought that it called for a lot of pepper I used it all anyway. I'm glad I did it was delicious. I will definetly be making this soup again.
Great soup! I like spice yet found the 1/4 tsp red pepper a little too much so the next time just did a sprinkle. It was all gone in a flash!
This was so much better than I ever could have imagined! Thank you so much for sharing!<br/>Only change I would make is one more cup of potatoes to make it a little thicker. We topped ours with bacon, cheese, and green onions. YUM! Kids emptied their bowls.
I made this because of the rave reviews. Well here is another rave review. It is not just delicious, this soup tastes like a restaurant made it. I followed the directions exactly. If you bring your cream cheese to room temp and add it in pieces it will melt easier. The cream cheese does look funny at first but the longer you cook the soup the more blended it will be. I topped with crumbled bacon and sharp cheddar cheese. FANTASTIC!
Pretty good potato soup. I thought it needed something to balance out the strong cream cheese flavor. I added bacon for a little more flavor. Thanks Chef.
I was influenced to make a potato soup while watching Kitchen Nightmares. The show was about a restaurant specializing in potatoes. Anyway, I gave this a try and it was great. I didn't change any of the recipe but wanted a texture that was smooth. I used my stick blender and it worked out great. The recipe is not only tasty by itself; but I can see it used as a base for a corn or clam chowder. I would add either canned corn and blend or add clams after all other ingredients were blended leaving the clams whole. Thanks for the recipe. It is definately a keeper.
I just made this and it was SOOOO good. I did add some bacon and I didn't use season all (allergy reasons). I used a creole seasoning I had which is quite spicy so I left out the red pepper. Yes, I did make a few changes, but I think it is a great recipe as is or a good jumping off point to play around with. Thank you for sharing this recipe!
Delicious. Wouldn't change a thing! If you have any leftovers, add a little milk before refrigerating for day 2. ;) So so good!
I haven't been able to branch out from Panera's broccoli cheddar soup, so I have no idea if this is really the same. What I do know is my 7 and 5 year olds both loved it, so it's a winner in my book! We did double the season salt, just because potato soup can be bland. It certainly had flavor. I used a package of thawed hash brown potatoes to cut the work down. This was a snap to put together. We grated cheddar on top and cooked some turkey bacon to crumble on top as well. Our soon used his bacon as his spoon :)
i've made this a couple times now and it's so easy and tasty. i use light herb and garlic cream cheese and throw in some dill, garlic, and a handful of bacon bits. sometime i have to try topping it with sour cream, green onion, and cheddar like a baked potato. this is my new favorite autumn soup.
I thought this was great. I was running low on potatoes so topped up the 4 cups with cauliflower. Used about 3 1/2 cups of potatoes and 1/2 cup cauliflower. Just threw everything in a pot except the cheese and boiled. I used oxo powder and water for the broth. My cream cheese was low fat. After potatoes were tender I smashed a bit, then used a hand blender right in the pot and blended it smooth. It wasn't totally smooth, it had a bit of texture, and I like it that way. Great and easy.
Excellent soup. I did add some bacon into the soup and some finely chopped sweet red pepper for color. also a small amount of green onion tops, chopped for color. I mashed the potatoes by hand and liked that it still had some texture. I will make this recipe again. I'm going back for bowl #2 right now!
My husand and I really enjoyed this delicious soup! This was a first for me, using creme cheese, will add this to my "favorites"
Thank you for posting!
I was home alone and wanting some comfort food and this did the trick! I halved the recipe because I didn't have enough cream cheese for a full recipe. After reading a lot of the comments I added extra potato. It was delicious!
Yummy and very easy to make! I used 1/2 cup diced onion and about 4 1/2-5 cups potatoes (I forgot to measure my biggest potato.). I used reduced fat cream cheese and added it once the potatoes were tender. I stirred to melt the cream cheese some and then used my emmersion blender to puree the soup. My kids are more likely to eat it if the ingredients aren't noticable.
Made this for a luncheon for friends and I'll definitely make it again! Very easy and very tasty! Thanks!
This recipe was very good. I followed the suggestions of the other reviews and added more potatoes which turned out very well (added about 2 extra cups of cubed potatoes). I used reduced fat cream cheese instead of the full fat version :) Noticed no difference...very yummy!! Served with shredded cheese and bacon.
I've never had Panera's Cream Cheese Potato Soup until I made it at home. This is a favorite at our house. Even a picky guest who said that they didn't like chunks of potatoes in things ate the chunks. I tried the seasoning salt in this but my family thought it was to salty. I use Mrs. Dash table blend instead and a biggish pinch of red pepper. I double the recipe and serve these with Recipe #26110. Thank you for a super recipe that gets made once a month during the winter.
I was about to post my Mom's potato soup recipe but ran across this one, which is close.
Mom's uses chive cream cheese, a whole medium onion and a clove of garlic, minced
I saute the onion/garlic in the pot with a touch of EVOO just to deepen the flavor.
This takes just a few minutes to make and always gets raves!
I top each bowl with cheese, chives and fresh cooked bacon bits.
Remember to turn the heat to VERY low after you add the cream cheese. I cut the heat completely and let it sit for a few minutes then whisk it to blend... just shake the chunks out of the whisk.
This was awesome...it had a nice kick and was so creamy and delicious. Definetly comfort food and awesome when it&#039;s storming outside. I bet it would be good with some kielbasa in it too...
My husband likes this better than I do; he'd give it five stars. Maybe if I'd added more pepper... Yeah, I'd double the pepper. Maybe use cayenne instead of paprika. Maybe use hot paper flakes. (I added some sweet red pepper and ham to the soup for texture, and I didn't peel the potatoes, but I did use an immersion blender to smooth it out after the potatoes had cooked.)
Very good (but I also added sharp cheddar cheese). And like others I had problems with the cream cheese melting all the way (and yes it was room temp) I think next time I will follow what others have done and put it in the mircrowave to speed up that process. Also, I cooked it in the crockpot (I love soups in the crockpot) I added the cheese probably 30 min -40 min before I was done, I had it set to high for 4 hrs when 1 hr or so was left I put quite a bit of potatoes in my blender and mashed them up that way. Oh I also added garlic, more potatoes, I used 4 cups of stock, 1 can of broth (due to more potatoes), and a little bit of cayanne pepper. I also added a little extra of the other seasonings due to me adding broth and potatoes. (that was the reason behind why I added cheddar cheese...I didn't have any more cream cheese...and I wanted cheeezzzy soup) Well next time I will do that again and probably still add a little more cheese then I used. So with all my additions...5 stars!! and I served the soup with cheedar cheese and cut up bacon on top!
I cooked this as directed and then pureed it and topped it with fresh cut chives. It was so rich and delicious. This recipe definitely serves at least 6 at our house.
Great recipe. This is the first potato soup recipe that I made that actually turned out! I used the Lawrys seasoning/black pepper mix, since I didn't just have season salt, it added a little more of a kick to it with the white & red pepper. Also added some cooked bacon & cheese to it.
such a simple recipe and the best potato soup we've ever had! people can't believe these are the only ingredients i use and that it tastes s0o0oo good. thank you for a great recipe, it's perfect.
Fantastic! So easy and delicious! I sauteed the onions in olive oil prior to adding to the soup. Also added shredded cheddar to the top before serving. Will be a regular at our house!
Love this potato soup! Perfect for a cold day...easy and delicious! Thank you, Shawn!
I've made this twice now, with rave reviews from my teenage daughters. You do not have to be afraid that this won't turn out, it is fantastic! I blended 1/2 the potatos which made the soup creamy and smoothe. I am adding this to my "Best of Zaar so far" cookbook. Thanks!
I loved this potato soup! It's exactly what I've been looking for. No more trying different recipes- this is a keeper! And the great thing is this is simpler than other recipes I've liked! I pretty much followed the recipe with only small changes. I like lots of potatoes in my soup and probably used more than 4 cups. (I used 12 med size ones). Consequently I used a little more broth to have enough to cover the taters. Since I like my potato soup thick I added some instant potato flakes before the cream cheese. I didn't measure, guessing maby 1/3 cup.
This is AWSOME!!! :) I didn't have any cream cheese in the house... so I sub-ed Boursin (1 &1/2 packages) for the cream cheese... and man this is killer!!! I accidentally forgot the onion. Although this is so good... I don't think I will add it next time because the garlic flavor in the boursin is perfect = don't want to over-kill the flavor w/ onion. I followed the rest of hte directions exact... I toped it with monterey jack cheese & a bit of bacon bits (Hormel real bacon bits). The only thing I will change is not add as much red pepper... it is just a smidget strong. And maybe instead of the bacon bits I will top it with chopped- grilled canadian bacon! Delicious-- Thanks for the new recipe! :)
I thought that this soup was good, but I do not think it tastes anything like Panera's. It was a bit bland for me... so I added some chopped green onion, garlic salt and paprika. My boyfriend loved it, but I guess I was hoping for something a little more.
With 525 reviews and being a 5 star recipe I had to try it. We're having a soup bar at work tomorrow so this is what I decided to make. I have only had a couple spoonfuls but MAN was it GOOD!! I did add a heaping spoon of sour cream to it after the first taste just cause I thought that zing would add another dimension to it and it does : ) Mmmm, mmmm! And it really can't get much easier either!
The soup was wonderful. I did do a few things differently, but it turned out wonderful.
Really good! Next time I think I'll cut back on the cream cheese - a little too much for my preference, and maybe try adding some other veggies and some bacon.
This was a very delicious soup. It was easy to prepare and my family really enjoyed it. Thanks for posting.
My family loves this soup. There are a few things I done different that made it taste richer. Instead of cooking the potatoes on the stove top, (I think this maks them watery) I baked them in the microwave with the skin on. I let them cool down and then peel them and cut them into chuncks. They stay together much better, and they have a much better taste to them. If you are using red potatoes, which I prefer, leave the skin on them. I also saute my onions and garlic in a pan with butter really slow so they don't brown. I put the chicken broth in the pot first, then the onions and butter. I let the cream cheese get to room temp, and then use my wire strainer to mash the cream cheese through it with the back of a spoon. It dissolves much easier. After the soup comes to a slow boil, I add the potatoes and turn in down on simmer for a while. When I serve it, I put crispy bacon cumbles on top along with cheddar cheese and green onions. I also think it is good with a dollop of sour cream. Bake a pan of corn bread, and you have the most delicious meal you could ever eat. I use one cream cheese to one carton of chicken broth. I have to double or triple this recipe......Yuuuuuum
This was my first attempt in making homemade soup...and the result is that now I try to make at least once a week. We live in Belgium & soups suit us for about 8 months due to our wonderful (!!) weather. The only difference I do with this recipe is less cream cheese ( I would say only 3/4) and add some bacon bits on top or a drizzle of EVOO & freshly ground pepper before serving. Definitely a keeper !!
Had this recipe for awhile finally made it. Turned out great and was so easy to make. will be making it more often!
I doubt another review is needed, but I thought I would give my kudos as well! I did add about 5.5-6 cups of potatoes (Red and gold) and I left out the red pepper, the three times I have made this. The first time I used white pepper and black instead of red but it was very 'peppery'! So I've used dill instead of the 2nd dose of pepper and added celery for a little crunch!
Update - one year later this has been a staple. If I was dogtagging pages in my recipe, the tag for this would fall off because I so often go back to make another batch. I ALWAYS have someone compliment it and want the recipe.
So, so simple and so, so good! Garnish with fresh red onion and Swiss cheese. Wow! I subbed half the cream cheese for yogurt. Also subbed onion broth for chicken to make it kosher. Hot peppers work as a garnish, too.
This was unbelievably easy and good! I quartered the recipe, and now everyone in my family is mad that I didn't make the full batch! I guess I will be making this again tonight! :-D I left out the ground red pepper, because I did not have any. The flavor of this soup was like a wonderful, creamy baked potato. Next time I will serve it with cheddar cheese, green onions and bacon sprinkled on top.
This was really really good! I wouldn't serve it alone for my family, my husband said it would make a great appitizer, but it didn't quite fill him up...but nonthelss it was super!! Will definately make again!
So yummy. My husband and I loved it. I overcooked it a tad and it got super thick, but still awesome. A new family favorite.
We tried this recipe awhile back, my wife made it, it turned out very runny and didn't have much flavor. I might try it again sometime to see if it turns out different.
Thank you.
I had a block of cream cheese that was near expiry and I was looking for a meal to use it up on. I'm so glad I found this recipe!!! I'll never make potato soup another way again!! It was thick and creamy, very flavorful with plenty of potatoes. And it smells out of this world! I made a few modifications. I didn't peel the potatoes. I sauteed the onions in butter & olive oil, then added 2 cloves of garlic, a pinch of red pepper flakes and the potatoes and let them cook for a few minutes before adding the broth. I used 4 cups of water and 4 bullion cubes. Finally, I threw in about 2 tbsp of dried chives. Quick, easy and AMAZING -- thank you Shawn!!
This is a GREAT soup. I use shredded hash browns and sour cream instead of cream cheese some times. I also add little bits of bacon and cheese ( I guess this is called loaded potato soup)!
Amazing! I added a small cubes of velveeta cheese along with the cream cheese, about 4 oz or so. This helped to thicken it up a little more.
This is good stuff!
I just barely had enough of the ingridients to make this tonight and it was DELICIOUS! A Keeper..... I am writing out a recipe card for my box at this very moment! I accidently added the cream cheese at the very fisrt step but it still turned out wonderful! I mashed the potatoes slightly by hand with a masher and tossed in some crispy bacon and cheddar cheese! My 4 year old finished a bowl and asked for seconds.... saying she loved it and asked when I could make her more!!!!
Wow....thank you for the inspiration! I made this recipe slightly different than the recipe....using no red pepper, black instead of white pepper, and a little cream. I also used my hand-held blender ("Boat-Motor") to make it very smooth. I have to say that the key is the cream cheese...wow! Great recipe!
Excellent! I think this one might be better than Panera's!
Thanks for posting.
I tripled the recipe and it turned out wonderful. The only changes I made was adding celery and omitting the red pepper. I topped it with some chedder cheese and the soup really was a hit in my family.
yum...I wish I found this recipe earlier. There were too many times when I used to throw out potatoes because I would buy them in bulk and have a hard time using them up. This is a REALLY easy to make soup, it's very filling, and it's freezable. That's a plus. When I made it, I added some ham and corn. We had it for dinner w/some sourdough bread and froze the rest. When I was ready for another bowl, I defrosted it, added some more chicken broth and some more cream cheese because it was thick. Tasted great! I can see myself making this one over and over again!
Excellent. Happened to have all the ingredients, so I tried it and it is delicious!
Great Job with the structure of this soup. Add celery and 1/2 t dill to make it just right! Serve with sourdough to dip. I also use vegetable boullion so my vegetarian friends and family can enjoy!
If sweet little baby Jesus floated down from a cloud and handed you a bowl of soup, this would be it. <br/><br/>This soup was so good that I created a username just to review and comment on it. I made the soup exactly as written. Even after adding the cream cheese I was still skeptical that it would come out okay (it's kind of ugly looking until the last minute). But after whisking in the cream cheese and letting it simmer on low heat for about 5 minutes it was obvious that this was one HELL of a soup. <br/><br/>Add an additional russet potato or two if you prefer a heartier soup, but I thought that the texture was velvety and wonderful as is.
I had all of the ingredients on hand for this, so I made it instead of my regular potato soup recipe. I really wanted to like this because it was way easier and took less time, but I thought it tasted too much like cream cheese. I even added more potatoes and bacon, but it still tasted predominently of cream cheese. I'll probably go back to my usual recipe instead of trying to make this one to my taste.
This was a fabulous soup, just the comfort I needed on this rainy day. I doubled the recipe, added extra onions and didn't have any white pepper, so I had to use black. I also used a lower fat cream cheese. An easy way to smoosh the potatoes is to use the bottom of a big coffee mug, but be careful not to burn yourself. I garnished the top with chopped green onions and grated cheddar. A nice finish would be some crispy bacon--will try that next time. Also, I think this would be a great base for clam chowder, so next time I will throw in a few cans of clams. A definite keeper!
I made this yesterday and it was wonderful! I used red potatoes and left the skins on them. I also added some finely chopped carrots and celery, I had on hand and needed to use. After I added the cream cheese I added some shredded cheese. Topped with chopped green onions and shredded cheese. This is my favorite potato soup recipe now. Thanks for sharing. You will not be disappointed in this!
Not like this needs another 5 stars, but this was SOO good. The only change I will make next time will be to leave out the cayenne. Apparently DH is a wimp!
This was fast, easy and delicious. I added green onions, cheddar cheese and bacon on top and waala! I m mashed the potatoes after they soften and that gave it an amazing consistency - right before adding the cream cheese. As Kaykendrick... said below - I would have to triple this recipe. Though it would be enough for 3 in the house but unfortunately there was only leftover for the husband for work. :(<br/><br/> I will def. will be making this again and it will become part of my menu for guest! Love it! I didn't give it a 5 star because it was bland at first and I had to add extra pepper and red pepper.
Loved the simplicity and ease of this soup. Added left over ham. Will definitely make again. Thanks for the post!
I love this soup! I doubled the recipe, except for the cream cheese, and I thought it was just right. I also cooked the onions in a little bit of butter before adding them to the soup. It was even better after it had a chance to sit and thicken up a bit.
This is perfect as is! I sprinkled bacon and cheese on mine after it was finished and it is uh-mazing! I also paired it with a warm crispy slice of French bread :p.
Easy, tasty and it hit the spot for dinner tonight after having all of those heavy meals this holiday season! I made enough for 1 and used low fat cream cheese. Made for P-A-R-T-Y tag. Thanks Shawn! :)
Loved this soup! I made it in the crockpot - just put the potatoes, broth and onions on for 4 hrs. on high, then mashed some of the potatoes and stirred in the cream cheese during the last 15 min. I used low fat cream cheese and it melted very nicely. I also added some corn toward the end of cooking time. I didn't really measure the potatoes, but I think I used more than 4 cups and could have used more (probably because the liquid didn't evaporate in the crockpot).
I just created an account so I could review this soup. This is the best soup I've ever made. I agree with 'learningtogether' that I was in doubt it would come out OK (it does look strange). This soup is fabulous exactly as it is. As a leftover I added a bit of sharp cheddar and crumbled bacon - that put the taste over the top. I'm already planning to make it again.
Great soup, had a problem making the crea mcheese melt, but it was numnum and great with a bread bowl!
I thought the flavor of the soup was great. My dh thought it was too spicy. My soup came out so thick it was like eating really creamy mashed potatoes. I even added more chicken broth and it was still very thick. I don't know where I went wrong.
This is the best potato soup I have ever eaten. It didn't even take an hour to make from looking for a potato peeler to eating!! This will be a regular addition to our meals. Next time,though I will use a lower fat cream cheese to cut the fat a bit. Thanks for listing it.
This is a very nice soup. I halfed the recipe due to limited stock. The red pepper ingredient I am assuming is caynene pepper & not red peppercorns. I like spice & used 1/8tsp caynene. I would cut that back a little more. I added scallions near the end. Which gave a crunch to the soup. I also added some very good cooked bacon. Vote in the family is not to add the bacon next time as it took over the dish. A personal preferrence. I sauted the minced onions. This is a very good base recipe. I will continue to use it as that & next time add some garlic. I served this with fresh bread. Thank you for this recipe Shawn.
Fast and delicious. I used green onions and saved a few for topping. Also added some bacon bits. My DH and DD had seconds it was so good.
Just finished eating this. I made it exactly as written. It was very good. I used cayene pepper. The pepper was almost a bit much so next time I will probably cut back on it a tad. It really is very easy to make and very good. Thank you very much!
Easy, delicious, and cheap to make.
wow! i'm usually too lazy to come back and review - unless it's out of this world - and this recipe IS out of this world. I actually eat a low-sugar/low-carb diet and so, instead of potatoes, I used cauliflower - but otherwise did the recipe exact - and my house smelled incredible as it was cooking - even my husband wanted a taste! I'm eating it now for lunch and must say this will def. be a keeper. I also can't believe how simple and fast it was! Thanks!!
Thank you for posting this recipe. My boyfriend was diagnosed with cancer and had half of his tongue surgically removed last July. He finished chemo and radiation 4 months ago. This is the first thing he was able to eat with ease and enjoy at the same time.
Excellent- as already stated by over 600 other reviews! I even used just a little over half a block of the cream cheese & it was great.
Wonderful recipie, added some fresh dill and green onion on top. Great also the next day.
I made this for the first time tonight and I was really impressed. Normally I make some mistakes and the recipes don't turn out right on the first try but this is so easy it came out perfect! (Except next time I will mash the potatoes better) I couldn't find white pepper but I just used normal pepper and it was still really good.
Wow, this soup is fantastic and really hits the spot on a cold fall (almost winter) night. I made 1.5x everything except the cream cheese (for which I just used an 8-oz block of neufchatel cheese) and added a chopped carrot, chopped celery, and 1 Tbsp of minced garlic. Tossed everything (except the cream cheese) into the slowcooker on low for 6 hours and stirred in the cream cheese before blending everything. I might never look for another potato soup recipe again...
I didn't have high hopes for this recipe... it just looked too easy to be true, but I gotta say, this is one of the best potato soups I've ever had!! I didn't change a thing & my kids were totally ok with the spiciness :) I'm gonna add shredded chicken & corn next time just for fun!! Thanks a million for posting this simply beautiful & easy recipe!!
Simple & full of flavor. DH and I both LOVED it and already planning to make again next week! Thanks!
This is an awesome potato soup! On advice of other reviews, I added extra potatos and melted the cream cheese before adding it and it turned out great!
I have been making this recipe for years. My family just loves it. I do add a few ingrediants to it to make a soup that my family loves served with crusty bread. yumm. Add: very crispy and crumbled fried bacon. And 1 or 2 cans of cream of mushroom soup. (you can use any cream of soup but my family likes mushroom best). Sometimes I add chopped celery or carrots if I have some extra in the fridge, If raw add at beginning of cooking if precooked add a little while before you add the cream cheese.
This recipe was wonderfully tasty and very simple to make. My husband and even my little boy loved it! I was short on chicken broth and substituted my missing 1 cup broth with 1 cup of heavy cream. It was thick, creamy, and the perfect potato soup recipe. Try this one, you won&#039;t regret it!
This is a wonderfully comforting and creamy soup. I used red skinned potatoes and left the skins on. I diced them somewhat small and roasted them in the oven with some fresh rosemary and thyme, salt and pepper and olive oil. When they were fork tender, I smashed some of them.I sauteed the onion and garlic in a bit of butter and bacon grease, then made as directed adding the potatoes with the cream cheese. I topped each serving with shredded sharp cheddar, green onions, sour cream and crumbled bacon.
Loved it!
I had started a different soup, but caught it in time to make it just like this. It is spectacular. I served it with Red Lobster biscuits!
all i can say is WOW! it was wonderful and so easy to make, and the best part is even my husband loved it and if you knew my husband he HATES any kind of soup but he ranted and raved about it. so too thumbs way way up from me ^_^
Really good! This is the easiest potato soup I&#039;ve ever made! (Made just as written.) Thanks.
We thought this was delicious. I loved how easy it was . I used black pepper instead of white and I didn't use the red pepper. I know I'll be making this again
Amazing!!! My husband cooked this when I wasn't feeling well and it was exactly what I needed! Creamy, tasty, wouldn't do anything different!! He was amazed at how easy it was to make!
Best potato soup I've ever had, no lie! Thanks so much for the recipe! Now my family constantly requests it.
AWESOME! I've made it several times with different potatoes & Yukon gold are the best. I added cubed ham to one batch & we didn't like that. Maybe bone in ham chunks would be good but not the prepackaged little cubes! They turned chewy after simmering just a few minutes. Can't wait to try Panera's Cream of Broccoli Soup! 5 stars aren't enough but will have to do!
I discovered this recipe earlier this winter. I have made it several times since. It is by far a keeper. My entire family eats it even my picky son who doesn't eat anything except meat and potatoes....It has a little kick to it. To modify the kick just reduce the red pepper by a little. It is a wonderful dish and thank you for posting it. I have bragged about it since first making it!!
This is a pretty good copy of their potato soup. I do agree with another reviewer in that it must have dill. I added about 2 teaspoons of dill. I used my wand mixer and blitzed it leaving a few small chunks throughout. Other than that, it was near perfect.
My entire family loved this soup! I used 1/3 less fat cream cheese with fine results. I plan on making this often...I love that it does not call for any unusual ingredients...only things I always have on hand. Thanks for a great recipe!
Great Soup! I ran out of onions so I just used minced onions right out of the bottle. Worked perfectly. Next time I might add a little less red pepper, the next day my soup was super spicy!
This was too easy to taste this good! I doubled the amount of potatoes and it turned out great! I will double the whole recipe next time because they werent any left over between me, my husband and 3 daughters! I do believe this was the BEST potato recipe that we have ever made!! Thanks for sharing :)
This was a really great recipe! I used my own chicken stock instead of water. And instead of mashing I put 75% of the soup in my blender to puree it and left the remaining amount to add texture. This is a keeper! Thank you for posting!
Uhm...WOW! This was great! I've made it twice in one week and it's been perfect both times. I did saute my onions prior to adding the other ingredients...other than that I followed directions 100%. Both times, I've intended to try adding cheese or green onions, but I've not been able to hold digging in long enough to do that. It's just too yummy as is.
i know this recipe really doesn't need another review but i just have to say "yep, this is indeed really, really good!" i followed the recipe as posted. i used low fat cream cheese and placed the whole block in the microwave for about 30 secs and then when it was in the soup, broke up the smaller lumps by using a hand whisk - worked great!
Wow! I added 1/3 of a chopped carrot for color. Amazing soup; great flavor and quick to whip up! I understand why it has so many positive reviews. Thank you for posting; I know I'll be making this again and again!
This was wondeful and so easy and inexpensive and quick. I only used six ounces of cream cheese (I would have added more, but it already tasted great). I also sauteed the onions in olive oil, then added the potatoes and spices, cooked for another minute and added the stock. Anyway, sooooo good. Thanks for the great recipe! A keeper!
I thought it was a bit watery and bland, I must be missing something! I substituted regular pepper for the white but otherwise followed the recipe.
This was very very tastey, I usually dont like potatoe soup, but this I could not stop eating. Followed the recipe exactly.
excellent!!
My, My, My! This is a great potato soup and probably the only one I will make from now on! It is much easier than a baked potato soup and so yummy. I added some frozen peas and corn for more vegetables. Also, added some bacon bits and sharp cheddar cheese to top in bowl. My husband said it was the best potato soup he has ever had. Oh, I didn't peel my russet potatoes either and also used Penzey's spicy seasoning salt and their minced dried onion too. Thanks for the wonderful recipe!!
Good :) It was easy to prepare & tasty. Next time I wouldn't add as much pepper, but I would top it will crumpled bacon. Thank you for posting :)
This is a super recipe! It was very tasty. It could maybe have used a bit more spicing. Turned out I overcooked the potatoes - I cooked them too long in the first place, and then it took so long to melt the cream cheese that the potatoes were mush by then. But that is easily fixed.
This went together very quickly and uses ingredients I always have on hand. I added some garlic powder and then adjusted the red pepper after tasting it. It was a good soup on a chilly night.
Just made this soup and it was awesome. I'd never heard of adding cream cheese to potato soup before. I'm glad I tried it. I added some crumbled turkey bacon and shredded cheese to each bowl.

My kids loved it (14,7 & 2 years old) and my husband couldn't believe I made this soup. He said I wasn't in the kitchen long enough to heat up a can of soup much less make this from scratch. This will be our family potato soup recipe from now on.
I never thought I was a fan of potato soup until I tried this. It is delicious! I will definitely be making it again in the near future.
Outstanding!!!!! Oh my gosh! This is the best potato soup I have ever had. I did everything as written except used 1/2 the amount of red pepper because of the kiddos. Also used Fat Free cream cheese (warmed in the microwave)and it worked great.
Topped it with green onions and cheese. This is my new potato soup recipe for sure! Thanks so much for posting it!
I loved this soup. However, I did add a can of corn and sprinkle cheddar cheese on top. Yum!
YUM!! I made this with fat free cream cheese so it would be a Simply Filling food on Weight Watchers. That means, I can eat it to my heart&#039;s content!! And, I did! The whole family (even those not on WW) LOVED this! This is definitely a keeper!
My favorite soup! I add a tsp. of dried dill and I use garlic salt. Thank you, Shawn H!
This was delish! I did sub 1 Tbs. dried, minced onion as that is what I had on hand. It was thinner than I expected. Thanks for the great recipe. We will definitely make this one again!
this soup is SOOOO good and easy!! I always get a little nervous when there's not a lot of ingredients in recipes, but this is AWESOME!!..what I did different was instead of the minced onion and the use of plain cream cheese, I used a 8oz tub of low calorie onion and chive cream cheese warmed a little in a microwave safe bowl, and hot sauce instead of red pepper..so so so good!!
Loved it! :) BF ate it over toast and thought it was awesome!
My 5-yr-old claims to not like potatoes, so we add 1 cup of carrots to your recipe & call it carrot soup. It's still quite delicious!
This is definitely one delicious soup. What I like about this soup is that it requires so few ingredients. A great and filling meal that can be garnished with extra cheese, bacon, scallions, etc. Really good!
Loved it!!! I added carrots, onions, and smoked ham. It was super yummy:)
I doubled the recipe using 8oz of garlic and herb cream cheese and 8oz of sharp cheddar. Wow! It was delicious! the kids even loved it so how could you go wrong!
This was great & easy! My picky vegetarian daughter liked it ( I used veggie broth). The cream cheese made it really thick & creamy......I used light cream cheese. I used my immersion blender to blend and I didn't peel the potatoes so it had little chunks giving it some texture.
Delicious! I made it with mostly vegetable broth and a little beef broth because that&#039;s what I had. Also, I don&#039;t have seasoning salt so I just added a touch more salt. It was a forgiving recipe and came out just delicious! &lt;br/&gt;&lt;br/&gt;For kids, it is a bit spicy, so I might cut back on the red pepper next time for the kids, but not by much because I loved the zip! Thanks!
Delicious! Loved that it was quick and easy to make for dinner after a long day at work. My daughter has said she would eat it every week! We added some crumbled bacon and cheese on top.
delicious and so easy!!! was looking for a quick soup to serve with sandwiches tonite and this fit the bill!-- perfect!
Maybe I'm a soup snob but I found this soup boring. I even tried tricks to improve it (baked the potatoes, sauteed onion and garlic in butter before adding broth etc) but I just don't get the hoopla on this one. It was just ok.
Easy, quick, and excellent -- thanks for sharing.
This recipe was great. I've never had the soup from Panera, so I have no idea how close to the original it is. I also chose to make a few additions to the base recipe including garlic, black pepper instead of white, hot sausage, corn, a bit of cream to help thicken, and shredded cheddar. Thanks for the recipe!
I had a hard time melting the cream cheese. It just kept curdling so I did what someone else said and put it in a blender with a bit of the broth and that did the trick. Also, I doubled up on my recipe and I dont know if its because I used crushed red pepper flakes instead of ground and black pepper instead of white but it was really spicy! If you don&#039;t like spicy, dont double the spices if you&#039;re doubling the recipe! But the soup was great! Just had to drink a bunch of water with it haha
This is really good soup! We added a few more potatoes and also fried bacon and chopped green onion for a topper.
My 26 yr old daughter and my Husband are smacking lip licking at this moment, they give it 20 stars. I also give it the stars, all the cream cheese I had was chives and onion and I added a dab of sour cream. Awesome thanks.
Awesome recipe! I made it exactly as it says, and it was the perfect amount for myself, my husband, and my kids, ages 10, 8, 5, and 4. Will definitely make again!
I really wanted this to be good, just as everyone else has said it is! I doubled the recipe and had no problems until I started adding the cream cheese. It just would not melt!! I tried everything - stirring constantly, turning up the heat, waiting for a long time. There are chunks of cream cheese in my soup, and it's not too appetizing :( I think because the cheese didn't melt properly that it was also a little more liquidy than it would have been otherwise.
Excellent Potato Soup. Made it as stated, except used just a pinch of red pepper. Was perfect! Thank you.
This was very good. I too had trouble getting the cream cheese to melt. I cut it into very small pieces, and let it get to room temperature, but still had trouble. I had to really mash them. I did saute the onions before adding them, and I did garnish with some bacon. Despite the problems with the cream cheese and it was very runny, the taste was terrific. So I will too add more potatoes next time, and work on a solution to the cream cheese. I did double this recipe and wish I had more LOL Thought it was wonderful, and so did the family. Thanks for a great dish on this cold icy day !!
Delicious. I used low fat cream cheese and it turned out just fine. I did have to stir it a while until all of the lumps were melted though.
Easy and so good! Wish I would've doubled it.
SLAM DUNK ~ WELL DONE SHAWN!!! Potato soup is one of my all time favorites, and I have an award winning "family" recipe (restauranteers). I ran across yours, was intrigued by the use of cream cheese, and gave it a go. This was fabulous, my kids loved it, and my neighbors are wanting more! The only thing I added/changed was sauteed the onions in butter, along with 1/4 cup shredded carrots, 1/4 cup finely diced celery, and 3-4 cloves of pressed garlic (added during the last minute or so), until all veggies were tender; used an extra can of broth; when potaotes were cooked I removed at least 1/2 of the potatoes (for a chunkier soup), and added the cream cheese before taking a potato masher to the pot straight over the heat. I then returned the cooked potatoes to the pot, and it was done. The 1st time I made this I used both red & white small potatoes (semi-peeled) which needed to be used, and made up the rest with our home grown Idaho russets. EXCELLENT recipe, and definitely will never make potato soup any other way! Thank you ;)
this was pretty delicious! a bit too thick for me though so I added some milk and it was still pretty thick and just a little kick, good stuff! If I made it again I might put it in the blender just to make it a little less chunky. I also added some carrots and two cloves of garlic.
I tried it and this is YUMI!!!!! OMG!!!!! I love the spicy!! I used black pepper and added garlic - left out the onions since I don't like them. DELISH!!! I used my immersion blender for a few seconds as I like to have some chunks in there. Thanks for posting.
we loved this! i followed another review and did the soup with baked potatoes and sauteed the onions with a head of minced garlic. YUMMY!
Good base recipe for some tasty soup! I made this as called for the first two times I made it and it was pretty good, but this time I made it doubled with about 2 cups chopped ham and 2 1/2 cups of frozen corn and put shredded cheddar on top. Adding the corn and the ham made it awesome! I won third place in the soup contest today with it, so I was pretty happy! :)
OMG!! This is an amazing potato soup and it will be hard for me to make another!!! I did take the advice of some other reviews and microwave the potatoes 1st. I used 1 1/2 tablespoon of butter to lightly sautee the onions. I garnished with bacon and green onions. This was easy and delicious!! They only thing I will have to do next time is double the recipe becuase this just was not enough for my family. Great recipe!! Everyone should try it!! :D
This recipe is is so delicious and rich. To make it my own, I add celery, roated red pepper, sauted bacon crumbled, and a couple of diced hard boiled eggs. This is a great winter meal in itself. Just add some fresh fruit to accompany this wonderful hearty soup.
Great! I added a little extra spice and it was even better. Very tasty. My husband is EXTREMELY picky and he ate 4 bowls!!!
Excellent!! I've attempted many other potato soup recipes that didn't turn out too well, and this will be the only one I use from now on! The consistency/texture was thick & creamy. You can leave this as chunky or as smooth as you want. We topped ours with bacon, cheese, & green onions. I liked that there was a little spice in this too - just enough, not overboard.
Fabulous!! The white pepper makes all the difference! This is the best tasting (and easiest!) potato soup I've ever made!!!!!!
I gave it more of a kick with hatch chile bacon and a bit more red pepper. My family loved it!
Very good! I made as written except used low sodium chicken broth and omitted the seasoning salt. The cream cheese melted perfectly and the soup was nice and thick. Excellent with crumbled bacon, shredded cheddar cheese and chopped chives sprinkled on top. Thank you for the recipe.
This was just delicious! I made it as written except I blended it at the end which made for a deliciously creamy thick soup! Thank you, I'll be making this again!
I only added a carrot and more onion, and probably more potatoes (didn't measure) but it is a VERY good soup. Had leftovers the next day and the flavours blended nicely. I'll definitely make again!! Thanks
Excellent, I garnished with cheddar and bacon.
GREAT!! I doubled the recipe and followed the directions exactly. It wasn't too time consuming and tasted delicious! Thanks so much!
I also added some dried thyme and just a pinch of Mediterranean oregano to this (forgetting to peel the potatoes, but it was still good!) I served it in some homemade bread bowls (see Recipe #36562) and it was great!!! Reminded me of the soup served at the Wildflower Bread Company (probably the Panera of the Southwest). Great recipe!!!
This is dangerous! It is so delicious and so easy you're liable to make it every day and look like a blimp in a very short time! I would definitely add more potatoes and I loved the idea to add cheddar cheese and scallions on top - maybe a little bacon as well. Also, chopped dill would be wonderful.
Talk about comfort food - this is the ultimate!
Thank you, Shawn H. - this is definitely a grand slam.
Really good soup!
OMG!!! I read the reviews, used some of the hints and tips, then changed it up with the things my family likes.....carrots, celery, green peppers, bacon. I can't see how one could wreck this recipe. Like Racheal Ray says............DELISH!!!!!!!
Superb--and so easy! To use what I had on hand, I used Oreida frozen cubed potatoes with peppers and onions instead of the 4 cups of regular potatoes. Still, I used the onion as well as fresh chives at the end.. I love the flexibility of this recipe--and will continue to use it as a base again and again.
I was like some and kind of skeptical of how quick and easy this was....but boy was it good! I didnt have any bacon but when I have family over and make it I will be sure to add some. Thanks for the recipe!
Excellent! It's even better after it has been sitting the frig for a few days!
Wow. Just plain wow. I've made this 3 or 4 times this week! I add a little shredded cheddar, dried parsley and rosemary. I like to serve it with all the fixins'. Parmesan cheese, chives, salt and pepper, and maybe some bacon ;) Oh, and if you puree the cream cheese in a blender with some of the hot broth before adding it in, it makes a much smoother soup.<br/><br/>Thank you soooo much for posting this. :D
This soup is so amazing!!! I used about 12 honey gold potatoes. I don't like onions in my soup so while the potatoes were boiling I combined the garlic, onions and cream cheese in a blender and when I added them to the soup they still kept all the flavor. I also dont like chunks of potatoes so if you're like me feel free to mash them all the way it's still so good! Serve with cheese and bacon, it's the best soup I've ever had
This is an awesome recipe! I've made this twice now. The flavor is great and I like to top it with baked potato toppings (shredded cheddar, bacon, a dollop of sour cream, green onion). If you make this as written the soup will have a fairly thin consistency with chunks of potato. If you like a thicker, chowder-like consistency, mash all the potatoes (an immersion blender is handy for this) and make a slurry with 1-2 tbsp arrowroot (or cornstarch) and stir in after the cream cheese has melted. The soup actually gets better over time (the flavors meld) so you could make this a day or two ahead of time. I have also subbed low fat cream cheese and low fat neufchatel without sacrificing flavor.
This is a simple to make, delicious soup. I prepared it as directed the first time & while it tasted good, the cream cheese never fully melted (maybe because I used 1/3 less fat variety?). The second time, I melted the cream cheese in the microwave first & then whisked it in. It came out great that time. I served it with some soft rolls & my family ate it all up. Thanks for a wonderful, comforting soup.
Really a very tasty easy soup, it looks a bit pale so we add a diced carrot to it for more pizzaz.
Got to be the best potato soup recipe out there. Can't get much better as far as I am concerned. THANKS
This was such a good recipe! I finally found something my whole family likes. I have EXTREMELY picky 2 year old twins and they ate this soup right up!
This is the best potato soup I have ever had. I use the 1/3 less fat cream cheese. I also like to use some creole seasoning in mine and cut back on the other pepper.
This is incredible! My mom always makes her special recipe for potato soup...until she tried this one! She is switching her family tradition to this recipe! I added garlic powder and extra seasoning salt!
awesome. Every loved it. I made it an an appetizer; but, we were all full after eating it! I used veg. broth and used the peppers sparingly.
This was spectacular.I trippled the recipe with hopes of freezing it,it was gone befor I could do it.I did use better than broth boullion instead of stock,and I love onions so I used a half of a large one per 4 cups of fluid,I also put as many potatoes as the liquid would cook.I think that you could really make this recipe your own but, do make it 4 cups liquid to 8oz cream cheese that is a good combo.Thanks for a great find.
Delicious! I added extra potatoes and a bit more seasoning. It was a little spicy but not too bad. Topped it off w/cheddar cheese and cooked crumbled bacon.
I have made this soup several times. I have made changes like adding celery, cheese, extra potatoes and onions. I have also decreased the red and white peppers. After the experimenting, I have decided that the best is to leave this recipe just a written, because it is wonderful. I have noticed that others have had problems with the cream cheese melting. I had this same problem for the first time tonight. I bought an new kind of store brand cream cheese. I am going back to my original store brand cheese to see if that corrects the problem next time.
delicious! used 1.5 t. seasoning salt and added 1 t. minced garlic, 2 celery stalks & 1 carrot. going into regular rotation! hubby and i were both nervious about there being too much cream cheese b/c we don't care for it unless it's cooked into something. we both felt it added the right degree of creaminess while staying true to the potato! yummy!!!
I absolutely love this receipe! There is no need to modify this receipe. I double this receipe and we have it for leftovers. I too will never make another potato soup again! My 12-year-old loves this soup and asks for it often.
This was very good and creamy soup. This was even better the next day. Thanks for posting.
A new favorite soup! Guests will be sure to love this!
A very good recipe for a hearty soup. The recipe works well as stated without add-ins or substitutions. <br/><br/>That being said, this is also a great base recipe to build on. I have, over the years, used many of the modifications mentioned in the reviews. IE adding Garlic, Carrots and Cellery and sauteing the veggies. I also substitute Chipotle Powder of the ground red pepper. The chicken broth I use is my own. I have added in cooked chicken, Sausage, bacon etc. all with success. <br/><br/>I recommend giving it a try. Either as posted, or as a quick and easy base to your own creations.
This is a great tasting soup! The soup was perfect as written. However, I try to ever boil foods. I sauteed the onions and potatoes and seasonings in a hot pan. Once the potatoes and onions started to lightly brown and soften up, I added the broth. This gave the soup a tan tint. I removed from heat and added cubed cream cheese. After the cream cheese began to melt, I pureed the soup with a emersion blender. It was excellent. I omitted the red pepper and added crushed red pepper flakes to the table. AWESOME on a cold TEXAS NIGHT. If you love smooth, creamy and filling . . . this is a straight from the pantry, family pleaser.
My first time making a potato soup, and my husband's first time ever eating one... we both LOVED it! He doesn't usually like potatoes at all. He's already coming up with new things to add to it or to serve it with. =] Cheesy, creamy, a tiny bit spicy... and definitely a recipe you can play around with.
best easy soup ever!
Delicious! I actually bought 1.5kg of potatoes which turned out to be 6-7 cups. So I increased the broth by 2 cups and added about a cup of cream I had on hand instead of extra cream cheese. Tasted great!
Just delicious! I have never had this at Panera, but it's great as printed! My family devoured it. It's very creamy. I did also add about a 1/4 cup of potato flakes toward the end to thicken just a bit. Thanks for a great recipe!
A coworker of mine made this recipe at my suggestion and said it was really delicious! She said it was really easy to prepare and she and her husband really enjoyed it. She added in turkey kielbasa. She brought a bowl in to work for me and it was definitely delicious and filling! I will definitely be making this recipe in the future and I think she will too!
This turned out great! I added a bit more chix broth...i think i added too much red pepper. But once i added the broth and a bit of milk, it was perfect!! Thanks so much!
YUMMMMM!!!! I loved this recipe! I finely chopped up some carrots and put them in to boil with the potatoes and onions in the beginning. Also topped each bowl off with shredded cheddar and crumbled bacon. Served with Italian bread and a tossed salad. This is exactly what I was hoping for. I've never had Panera's Potato Soup, but this reminded us of Eat-n-Park's potato soup, which we all love! This was so quick and easy - will definitely be a usual in my house from now on. Thanks Shawn!!
Leaving another positive review of this soup is probably a bit like beating a dead horse - obviously it's good! But it's SO good I can't keep myself from adding my two cents! It's truly potato soup perfection. :o) We've tried it with cubed ham, and tonight we're adding Italian sausage. Can't wait!
This recipe was a nice change from the usual. It was a nice, creamy, smooth soup but we prefer 'traditional' potato soups with bacon so I think we'll probably stick with our old stand by recipe. Thanks for something new, though!
I have enjoyed Panera's potato soup and have looked for the recipe...so glad I found it here. This tasted just like the real deal. Even my grandchildren asked for seconds. I changed it up a little by adding some chopped celery with the onion and sauteing them in a bit of butter in the bottom of a dutch oven and then adding the other ingredients. I doubled the recipe and found that 1/2 ts. red pepper was too much. I used ground cayenne pepper but maybe there is a ground red pepper that is not cayenne. Next time I will lighten up on the red pepper. Thanks for a great recipe!
Super easy to make and used up ingredients I had setting in my fridge... Tasted great too with green onions and cheddar cheese sprinkled on top! Thanks so very much!
This soup is excellent! I made it exactly as the recipe stated, except maybe I didn't use quite enough potatoes because the soup was a little thin, which is ok because it's a soup not a stew, right? I didn't want to clutter it up with a lot of added ingredients, but I did have a little ham that I threw in. I used my stick blender and gave it a bit of a whirl to blend up a few of the potatoes. It was wonderful, I made some croutons this afternoon with some onion flavored soudough bread. I'm going to have leftovers for lunch!
I'll make this one again, it's a keeper! Thanks!
Unbelievably good! This just might be the best soup I've ever had. It is very rich and tastes like it is loaded with cream and probably about 1000 calories per serving. Made exactly as directed and wouldn't change a thing...perfectly seasoned. It went together very quickly and was a meal in itself with some crusty bread. THANK YOU for posting this fantastic recipe!!!
Fabulous! I made this directly from the recipe, but added ham right before the cream cheese so it could be a one dish meal. The whole group loved it!! 
Thanks so much for sharing. Next time I'll probably double it..yum!
We found this recipe to be really tasty! And, more importantly to me, it's really quick, easy, and not really that bad for us! Using what I had on hand, I ended up making this with: 4 tsp chicken base 4 cups of water, a tablespoon of bacon drippings, 1/4 tsp paprika, 1/4 tsp cayenne, no salt (the chicken base is salty enough), a few grinds of black pepper, a small handful of crumbled bacon, and a couple dashes of dill. It only took two medium-large potatoes to make the 4 cups required, and it was quick as a wink to put together with my magic chopper thingamajig. It took about 15 minutes to get the potatoes fork-tender; after which, I mushed some, turned the heat down, removed the pot from the heat so it'd stop boiling and not curdle my cream cheese, and then added in the Onion and Chives cream cheese. It took a bit for it to get worked it, but it finally melted down into a smooth pot of deliciousness. I topped it with a smattering of cheddar cheese and a bit more bacon.<br/><br/>I'm pretty sure my husband was thisclose to licking to bowl. Great recipe and seems like it'll adapt well to any changes your family might enjoy! This has to be the easiest, and tastiest, potato soup recipe I've ran across on here. This will come into regular rotation! Next time, I will likely add in another potato to fill it out some more and stretch that dollar even farther.
Delicious!!! I roasted the potatoes in EVOO w/garlic salt and pepper as someone suggested. Saute'd 2 garlic cloves with the onions. And I also blended the cream cheese with some broth before adding it all together. THIS WAS SOOOOOO YUMMY. The recipe as directed made only enough for 3 adults since we all had seconds!!!
We just made this tonight and was very good, It even had a nice spicy kick to it. Make sure to top off with bacon an cheese : )
Easy-quick- yummy soup! I like to add garlic and ham cubes to make it a meal!
Lovely soup! I use bouillon cubes to make broth, all 4 for this one and it was mighty tasty. I actually skipped the seasoning salt or any kind of salt.
This was very good. I made it exactly as written but next time I will add alot more potato's! This had a nice little bite to it. Will definitely make this again.
Awesome! DH and I both loved it! Next time I will add more potatoes! Thank you!
Velvety smooth and so quick and easy! I modified and baked 4 potatoes in the microwave, let them cool enough to handle, then added and mashed up a bit. It was still too thin, so I dissolved 2 T flour in 2 T milk and whisked in to thicken. I omitted onion but added some Penzey's shallot pepper and celery salt. If I was just making for myself and not picky people, I would add the onion, celery and carrot. Topped with Oscar Mayer real bacon pieces, shredded cheddar and green onion. Loved that this was a quick 15-20 min dinner. This would also be great with some chopped ham too!
This is the best potato soup I have ever had. I made it just as stated, however I added about 3/4 cup diced ham to the recipe. VERY GOOD, we had it for New Years Day lunch, while watching the Rose Bowl. Simple and delicious. FIVE STAR RATING ALL THE WAY!!
Wow! I love potatoe soup and this recipe is so delicious. Not to mention extremely easy to make.
I am new as a Premium member, but first and formost this soup is _________. No words can do it justice, because it was out of this world. My wife and I just finished a batch and I am ready for another. I've already passed this on to family members and others. I live in Spain, so this receipe has crossed the Atlantic.
Loved this! I was so excited I had everything on-hand. Thanks for posting this. Loved the contrast of creamy and light spice! Will be making again and again.
I've never been to Panera so I can't compare it with theirs, but I really enjoyed this soup. Full of flavor.
Used this Delocious and easy soup as part of a Church Luncheon. Rave reviews!!! :-) I used frozen, thawed hashbrown potatoes, which made it even faster and easier. I also used Leeks instead of onions, which is what my mother always did. Thanks for posting.
This is wonderful soup, probably the best I've made. Subbed dried onion, about a tablespoon and a half since I was out of fresh. Threw in some proscuitto (sp?) because I had some, but I think it would be equally good without. I also had to use bouillon cubes and water since I'm out of broth... shopping day is coming up. Even with all the subs, this is fantastic... Will double the recipe next time to have leftovers! Update: We make this all the time now, and every time I have company they request the recipe. Changes I've made: I add enough potatoes to just be covered by broth, so I don't measure. I don't peel the potatoes, just cut into pieces. I use Johnny's seasoning salt, which is wonderful. After stirring in the cream cheese, I blend this with an immersion blender to break up the potatoes and mix the cream cheese all the way thru, then bring it back up to serving temp. Garnish with shredded cheese, sour cream, bacon bits, and green onion as needed. It's great with and without garnish.
I added bacon, cheese and I topped it with a dab of sour cream (i believe sour cream make it). My mother used to make this and she added (minced) carrots and celery to the potatoes while it was cooking. Overall, this is an excellent dish.
I liked this, but am not sure that I loved the cream cheese in the soup. I might substitute some cheese for a portion of the cream cheese next time. I added some bacon for a little extra flavor.
So so yummy. Made a huge pot of this and we polished off the whole thing in a matter of a couple of days. Great comfort food. Thanks Shawn H for a great recipe that I'll use over and over.
Wow this recipe is perfect! Followed the directions exactly as written and I have to admit I didn't expect it to turn out so good.I haven't had much luck with potato soup recipes in the the past,I have always found them to be bland and disappointing.This was creamy, flavorful and comforting on a chilly day.Hubby adored this soup and I have a feeling it will be requested quite often:) Thanks Shawn H for a winner!
I prepared 1/2 of this recipe as there is only myself. This was so delicious and comforting! I cannot compare to Panera's soup because I have never tried their soup. The only thing I would do differently next time (there will be a next time) is to either add more potatoes or dice them smaller. The soup was a little thin for my liking but definitely made up for it in flavor. I may try cooking them a bit in the microwave as another reviewer mentioned. I really enjoyed it and it was so easy! Thanks for a keeper Shawn H!
My daughter and her roommates in college go nuts over this soup and I alway's have to make a double batch to send back with my daughter after she has been home on the weekends. They gobble it up! I do not add the read pepper though and I add a couple of cloves of fresh pressed garlic. I use the Imagine organic chicken stock as well. thanks for this great recipe!
I just tried this soup for my lunch.....OH YEAH..this is good. I thought the cream cheese might be to rich but no...it gives it a nice zing without being too cheesey. And also I usually use some sort of milk or cream in mine and thought I would miss it. But again no...I really did enjoy this and will make again. THANKS
Amazing!!! My whole family loved it and I dont even really like soup. I did double the potatoes to 8 cups so our soup was nice and thick. I added a little sour cream and garlic powder then some sprinkles of bacon bits! MMMMMMMM!! We all kept going back for more, thanks for posting
Will make this again and again.
Quick to prepare and it tastes great! I can't tell you how much I like this soup, because there is no word to describe it. Creamy, cheesy heaven all the way! Added in another cup of potatoes, cause we love them but followed it otherwise. Delicious soup any time of year for us!
I made this for my fiance and he and I both absolutely LOVED it! I too added sausage to it, I also used red onion and a bit more potato, delicious..thank you!
This was a really, really good potatoe soup. (I don't really care for potatoe soup). However, as other reviewers have commented, how do you get the cream cheese to melt totally? I did find that the next day, when I reheated, the cream cheese did melt more, but on the day it was made, the cheese wouldn't melt totally.
Wow! My fiance has been raving about Panera Bread's potato soup since last September! I printed this off a few days ago and whipped some up while he was at work. His response, "This tastes almost identical to Panera's!! This is fantastic!" I don't like potato soup, but I have a feeling I'll be cooking this A LOT!!<br/><br/>Also, I only had crushed red pepper on hand and I used about 1/2 teaspoon of it. I think I'll use more next time because FH likes the kick!
Love it! I will be putting this in our soup rotation! We added shredded cheese and crumbled bacon. I can only imagine with ham or chicken. Yummo!
Sooooooo good! Made exactly as directed but added diced ham. Thank you so much for the easy and delicious recipe!!
I&#039;ve had this soup before and it is delicious - but try this: pour this potato soup over fresh spinach and added small pieces of broiled sausage on top of it with a few onion straws. This makes for a wonderful meal by itself. That&#039;s the German way to make potato soup. They served hot butter rolls with pickled watermelon as a side.
Made this last night to go along with meatloaf, instead of our usual mashed potatos. HOMERUN! even my picky 11 year old son loved it. Thank you for sharing
I made this soup exactly as detailed. Great! I was skeptical about the use of cream cheese, but it blended perfectly with a wire whisk. Everyone came back for seconds.
This soup is soooo good!!! Although i would suggest that if you are going to add ham to the soup that you forego the seasoning salt. A mistake i mean to rectify next time i make this delicousness!
This recipe is great! So easy to make and delicious! I will definately make again. I added chopped garlic cloves to the recipe and it turned out very well.
Love this soup. This is one of my go to recipes when I want comfort food in a hurry. Thanks for posting!
Made the soup yesterday , EXCELLENT !!! I totally agree with the opinion others have about using 1/2 the amount of the crushed red pepper .. Also added ham and corn ... Excellent flavor / texture !! Love it and will be making it again .......
Made this evening. Rave reviews from family. Followed other members tip of softening cream cheese in bowl, smashed with potato masher, used whisk for extra measure. No problems with dissolving cream cheese. Was dry run for tree trimming party but sure will make again before then. Thanks for great recipe.
This was so easy and delicious. I actually ate the whole batch in one day...Ooops :o/ I used dehydrated onions because it was all I had and it was still great! I'm making a double or maybe even triple batch next time.
My husband was reading the ingredients and I thought he said celery salt. So I put in 1/2 teaspoon celery salt instead of seasoned salt. That being said it still turned out pretty good. My daughter added bacos, sour cream and shredded chedder to the top of hers and it was even better. Can't wait to see how it is when I use the correct ingredients!!
This is definitely a soup I will make in the future! I had to substitute the onion with onion powder because of onion allergies in the family and I didn't have white or red pepper, so I added 1/4 teaspoon of black pepper to an already quite peppery chicken broth (yes, our family loves black pepper :D). I did add an extra potato to thicken the soup a bit more and lightly mashed them with a potato masher. Love it! Thank you for sharing.
Sooo good!! I have made this three times already! I used regular salt and pepper,(thats what i had and a little bit of garlic salt too) and added a diced up carrot, made some fresh bread in the breadmaker to go with the soup. Not a drop of soup left!! So after the first time i learned my lesson to at least double the recipe! If I just mention this soup my nine year old does his happy dance! When my MIL comes to visit i will make little bread bowls to put this soup in, just to show off a little bit!!
It was Great but next time ill use an ounce less of cream cheese
So wonderful! This was great on a cold winter night here in Michigan. :) I added crumbled turkey bacon and a little bit of celery, but it surely did not need these extra ingredients...will surely make again. Thanks for sharing.
This is a really good potato soup. I followed recipe except for adding bacon bits and a dash of garlic powder. I found that placing the block of cream cheese on top of the lid of the pot to melt it worked well. I just snipped off the corner of the package and squeezed it into the pot. I am making this soup for the second time tonight and it is a must to double the recipe, as there are NO leftovers. Thank you for a great recipe.
Very good! My cheese didn't melt, but that didn't matter at all. If I had more patience, I might have been able to wait it out and let it have a chance to melt. The taste was great, I loved the red pepper. Also, I used bullion instead of broth, so I didn't use the seasoning salt. It was perfect. Thanks!
Have made this quite a few times and has become our favorite recipe for potato soup. Very easy to make and tastes like you fussed a long time. Definitely will be a hand-me-down recipe!!
My husband & I both really liked this. The red pepper and season salt were different from how I usually make potato soup and we loved the added flavor. I may try melting the cream cheese before adding it to the soup. Even cut in small little pieces it did not melt in the pot. Oh, and I used peeled & cubed potatoes. We like chunky soups so I would never even try shredded potatoes! I will be making this regularly and may try adding heavy cream when I add the melted cream cheese! Thanks for posting!
Yum I basically followed the recipe but only had black pepper and added more to the soup (carrots, spinach, garlic, green pepper) it was great, very yummy and better than some I've had at restaraurants. Thanks for a great recipe.
Delicious soup! My entire family loved it! Even my picky eater loved it! Thank you for sharing! This is my new favorite recipe for potato soup!&lt;br/&gt;I followed the recipe exactly but I &lt;br/&gt;I did add 1 extra cup cubed potatoes to be able to mash more and add to thickness.&lt;br/&gt;I also added 1/2 TBSP minced garlic.&lt;br/&gt;&lt;br/&gt;Thank you again!!
Om nom nom! This is a great recipe that we have a few times a month. We love to add shredded smoked gouda and a slice of crumbled bacon - pure heaven!
This is a keeper! Great soup! Followed the recipe exactly except we added real bacon bits at the end. I will definitely be making this often!
My husband really liked this soup. My daughter and I thought it was just okay. Last night we both thought it had a funky sweet/off taste, but today for lunch it's much better. I am enjoying it much more today than last night. Go figure. All in all, it's easy and a man pleaser, so I'll probably make it again.
Gorgeous soup, too lazy to mince the onion so used onion powder, plus a bit of garlic powder and paprika. The boyfriend loved it too. Very quick and easy, will be making it again soon.
Excellent soup, wonderful flavor and very easy to prepare. I did saute my onions in a small amount of butter before adding potatoes and broth for more depth of flavor. I highly recommend this soup and WILL make again.
Great flavor and consistency
I took this to a luncheon and there was not a drop leftI People were scraping out the crockpot to taste it. There were other soups for lunch but this was by far the favorite. I even made it with reduced fat cream cheese and everyone was shocked. I love Potato Soup and have been trying out different recipes. I came across this one and I absolutely LOVE it. The flavor is incredible and it is so much easier to make than some other recipes I've tried. This is a keeper.
I am making this soup right now. I hope it isn&#039;t too hot with all that pepper.
one bite and everyone loved it! :) doubled. added celery and garlic. no complaints and full bellies all around. thanks bunches!!
Really tasty and very creamy. I think I over seasoned a bit cuz it had a "kick" I did not anticipate even w/ the ground red pepper. I used "Season Salt" for (seasoning) salt. It this plain ol' salt / sea salt? It is still unclear to me what this ingredient is. I will try sea salt next time and decide which better suits our tastes. It is good though but I am not sure the kids will go for it. I will make it again as it is a great addition to dinner on a cool Chicago night! Thanks for posting.
Easy and so delicious!
I was looking for some thing quick and hearty last night and happened across this recipe. I actually substituted a bad of frozen hash browns, the chunky cubed style, instead of the real cooked potatoes. I just added the frozen potatoes to the pot and followed the recipe as written, no need to defrost. I ended up using 3/4 of a brick of cream cheese just because I can never have too much cream cheese. This was really good, quite frankly better than I thought it would be and my DH loved it also. Now the potatoes got a bit mushy but I chalk that up to the frozen ones I used and we still loved it anyway! This will go into my file of things to make again for sure! Thank you for this great supper!
Loved it. So yummy. I was impressed by how flavorful AND easy it was to make. The only change I made is adding more minced onion, probably around 3/4 to 1 cup.
Awesome soup recipe! It tasted wonderful and it was not difficult to make.
I'd give this 6 stars if it were possible. My husband isn't a soup person, but he requests this soup, and often adds on mild threats if it doesn't appear I'll make it. He's obviously joking..... but it IS that good.... hmm...
After reading other reviews, I sauteed the onion beforehand with some garlic. I halved the red pepper and didn't add salt (didn't need it!). When the potatoes were done I turned the heat off and put in room temperature cream cheese in dollops. I mixed it up with my immersion blender and it turned out AMAZING. I added shredded chicken, but it would've been fine without it. I loved it. My husband didn't care for it... he said it tasted like cream of mushroom soup (WTC??). Oh well! I still loved it and savored every bite!
This was a super easy recipe and delicious!! We used fat free cream cheese and added some bacon. This is great by itself but would be better with ham too.
I really enjoyed this soup and my wife loved it! I thought the 1/4 tsp red pepper was really overpowering, but don't get me wrong I LOVE spicy food. Just as a warning if you're making this for family who don't like spicy things keep this in mind. I was surprised not to have seen this in any of the reviews I read but nevertheless I made this soup just as it was written so oh well. Great soup, next time I'll just use 1/8 tsp so my son will eat it.
OMG! This is the best, most simple potato soup recipe I've ever made! I took another reviewer's suggestion and used cubed hashed brown potatoes (from the freezer section) and it came out perfectly and took no time at all!
This was awsome! Out of our family of 7 only one had any negative comment... and that was a teenager picky about texture. Even he said it tasted good though. Everyone else gave it huge kudos and it's now going to be on our monthly menu. My only deviation was that I used a lot of boulion , as I was out of chicken broth. I also followed anothers advice and used as many potatoes as the water would boil. Paired up with homemade bread it was divine!!!
yum this was so easy to make. I don't think it took me near an hour to make. The flavor is outstanding and it was easy to cook and walk away. I will be making this again.
Wow I love this soup, so does my whole family! We now add cooked chicken breast for more of a compete meal, its so awesome! Im making it tonight for my daughters birthday! its what she wants for her birthday!
Super easy to make. I love that this recipe is for 4-6 servicing. It's perfect for my fiance and I to eat for supper plus a little leftover for the next day. So tasty!
Yum. Great way to use leftover chicken broth and a few spare potatoes! I used Neufchatel cheese instead of cream cheese (lower in fat), and used only about 5 or 6 ounces instead of 8 to bump down the calorie count a bit. It was great.
I'm currently on my second month of having a broken jaw and I'm totally tired of soup. That being said, I made this while wishing I had the recipe for the potato bisque from a restaurant near my parent's house, and I think this was better. It was simple to make, tasted good, and blended up very smoothly (stupid jaw). I added a little tabasco and big few shakes of knorr aromat, and it was really tasty. Seems like it would be really good with some meat in it but alas, that will have to wait until I can chew again!
This is one GREAT recipe. Thanks for posting it. It is so simple and easy and quick to make. I memorized how to make it after just one time. I do use 5 cups of potatoes though and cut them small to cook faster. I do add extra onions and cut the cayenne to 1/8 tsp cause it was a tad hot. I tried it with regular cream cheese and another time with fat free cream cheese and obviously I can tell you which one was better tasting. Also, I cooked up a ham steak and chopped it tiny to sprinkle on top but be careful cause the meat is a tad salty. I found I didnt need any sprinkled cheddar or bacon. Just toast up some french bread to sop it up with. So creamy and delicious. I would never have thought to use cream cheese but its great. I will def have this as a stand by soup recipe and will share it with friends and family. Thanks!!!!
This is great!! I used low fat cream cheese, which worked great and I added 12 oz of Hormels cubed Ham. It was easy, tastes great, and is perfect on a cold evening. I served it with gluten free crusty bread. Thanks!
Great recipe!
I made this with too many modifications to be able to rate it, but I wanted to share anyway so that you know how amazingly versatile this recipe is. I sauteed 4 small onions chopped very roughly, then browned 3 large potatoes, chopped very roughly as well. I deglazed with vegetable broth, then added the rest of the broth, garlic, garlic salt, red pepper flakes and some hot sauce. I smashed all the potatoes, then added maybe 2 ounces of cream cheese. I dished up, and stirred in a handful of shredded Italian cheese mix into every serving. It came out tasting like risotto potato soup. Yum! So do what you want with this recipe--you really can't mess it up!
I take out about one fourth of the potatoes, add softened cream cheese, and beat with mixer till smooth. Then I return to the soup, and stir till it's all mixed in. Creamy, semi smooth, and no curdling.
Delicious! I am not much of a cook and have never made potato soup before so it was a pleasant surprise when everyone in the house loved it! It was great! I didn't use quite as much cream cheese and added more potatoes, just to make it a little heathier. Yum!
This is a good recipe, but it is missing one VERY KEY ingredient from the original Panera Potato Cream Cheese soup: DILL!!! And lots of it! And to make it even closer to the original, I used shredded potatoes (hashbrowns). SOOOO yummy and definitely a favorite of mine from my days working at Panera.
wow absoloutly the best potatoe soup I have ever had and I have had alot . This was the best and thanks for sharing this recipe .
This soup is so wonderful. I've made it for just a couple of times, but I get lots of calls wanting the recipe. It's so easy too that my husband will make it in a pinch! The red pepper adds just enough and the texture is wonderful. We have thrown in extra shredded potatoes to thicken it up a bit and added ham cubes when needed.
We really liked this. We froze half of it. I would like to make it with a little more seasoning, maybe some garlic. I served shredded cheese, crumbled bacon and green onions on top.
One of the best soups I ever tried, and easy to make too.
Question: How good is this soup?
Answer: It's amazing! I seriously love this soup. My girlfriend made this for me last night and it is so rich and smooth. I didn't know what to expect, because I have never had anything like this before. But, I have to say it's one of the best soups I have ever tasted. It is simply wonderful during this winter season. Thanks for sharing!!!
Mmmmmm! Simple, quick and delicious.
Not sure if I did something wrong but it was not very good. Tasted like lumpy mashed potatoes.
This was delicious! This is a definite keeper. Here are a couple things that I did a little differently, preparation-wise. To avoid the possibility of the cream cheese curdling (as some have said), I put my cream cheese in the blender in fourths, added some of the broth and blended to perfection. I also put a whole onion in the food processor before adding it to the soup. My kids are funny about seeing big chunks of onion in ANYTHING, so this was a great way to hide the onion and still get the great flavor. I also doubled the recipe. Simply delish!!!
Oh my heavens! This soup is just, um, WOW! That's really all I need to say, but I have so much more to say about it! It was easy as can be and smelled so good! I used red potatoes for a less starchy soup, and I thought it was grand! My husband was seriously just in awe over it! My picky little eaters even chowed down on it! I'm taking it to a neighbor in need tonight, I hope they like it too! Thanks for sharing this AMAZING recipe!
This soup is so amazing! Super easy & delicious. It definitely tastes like you spend a whole heck of a lot more time making it than you actually do! Love it!
This is a great recipe and so simple. The whole family loved it.
I'm sorry but this really lacked for me. The taste and the texture were boring and did not have any flavor profile except the unpleasant burn on my lips from the red pepper.
We loved this especially after stirring in some bacon. Instead of using cubed potatoes, I shredded some potatoes (2 huge ones) in the food processor then into the pot. Since I didn't rinse the starch off the potatoes before throwing them in, it thickened quite well without my ricing any of it.
Instant love! DF was hooked too and she's not a fan of creamy soups! So easy to make, just takes a little time. I just put mine in a blender since I don't have a stick blender, tasted wonderful. I also didn't have ground red pepper so I just used some crushed red pepper which worked well.
I thought I made a pretty darn good potato soup, but this is even better. I love the subtle cheese taste and the richness this adds. Definitely 5 stars from me. Hmmm, makes me consider cream cheese added to cream broccoli soup??
YUMMY :o WOW
This recipe was so good and creamy!!! I think I put a little too many of the spices in because I didn't measure and it came out really spicy but my husband loved it like that. I also doubled the potatos because we had A LOT and I like my soup really potato-y.

DELICIOUS
This is awesomeness in a bowl. Pretty easy to make and cheap, too. I cheated a bit and used red potatoes, left the skin on, and diced them in one of those vandalia onion chopper things. The skin gave it character, more of a distinct potato flavor. I also minced up a whole shallot and put it in(on a double recipe). I also sprinkled in some flour to thicken it up. Gonna try it with bacon tomorrow, should be even better because bacon is the candy of meats.
This was a great recipe! I made this for my family last night because it was so cold and it was a big hit. I started out by cooking my onion in a little bit of butter before adding the broth and potatoes. I also used lemon pepper and garlic salt instead of the seasoning salt and white pepper. I also added some freshly grated Parmesan cheese to it. I think next time I make this I will add just a taste more red pepper flakes to give it just a little bit more kick. Thanks for sharing the fantastic recipe.
This was really good I never thought of putting cream cheese in potato soup. I skipped the season salt and used some sauted garlic and green onions instead because that's what I had then I topped with chopped Jalepenos and cheese. We enjoyed and will make again. Thank You =)
I found this recipe right when it was added to this website. I had just been married almost a year. I was still new to cooking. My husband loved it! That was about 6 years ago and we still make this all of the time. If I ever have half and half or Heavy cream left over from something else, I will add a little of that to make it a little more creamy and more fattening =) I also always add bacon and a can of corn. Thanks for sharing this recipe!
This is truly a treasure! 
My little changes included:
Southern styly frozen potatoes-pan fried
Chopped carrots
Garlic
turkey bacon-crispy
light cream cheese
I took the suggestion about microwaving the cream cheese a little bit- great idea
I am so happy to have this recipe in my collection. Thank you for sharing!
loved it!!!!
This was an easy and delicious recipe! My husband and I thought we already had a great potato soup recipe, but this one blew it out of the water! I doubled the recipe and froze half, so hopefully it will reheat just as good.
This soup is absolutely amazing! And WOW, can we say EASY! I have made this countless times now in 2mths. I did what other said, and that was put as many potatoes as the broth would hold. So it's more like 6cups of cut small potatoes. Makes a great recipe to give to a new mom who had a new baby.
I used black pepper instead of the white and extra potatoes. The soup was so easy and turned out great. Thanks for sharing.
Great soup to warm you in winter! Basic recipe is solid, and per the reviews, can easily be modified with additional ingredients and alternative methods to suit your taste and style. I did not peel my potato (as this is simply how we prefer them). I added 2 cloves of minced garlic and modified the prep by first sauteing the onion and garlic (in a little butter and olive oil) in a large wok until translucent and then adding the diced potato and allowing to saute/steam for another 5-10 minutes or so (not really enough to cook the potato, but allowed the onion, garlic and butter to blend with the potato). I then added all to the heated, spiced broth and finished as directed (allowing the soup to simmer for 45-50 minutes). I served with optional toppings of cheddar cheese, green onion and crumbled bacon. Everyone loved this creamy, hearty soup! I&#039;ll definitely make it again and again! Thank you for sharing, Shawn H!
I also added yellow onion (about 1/2) sauteed with uncooked chopped low-sodium bacon. Then added a teasp of flour. Add cream cheese slowly and stirring frequently. In separate pan, I cooked the potatoes with the chicken broth. Once cooked, added it slowly to the onions, bacon, cream cheese rue. Delicious!
This soup tastes incredible, is really simple and quick to make, and it's so filling that one pot fed me at lunch for a solid week. I added a few more potates than what was called for, and the flavor was out of this world. Other than that, I did it exactly as the recipe said and I wouldn't change a thing. Highly recommended.
Great recipe! I really enjoyed making this with my boyfriend, it was his first real cooking expirience haha. Very easy to do. I did choose to use garlic salt and cayenne pepper seasoning in mine and it came out great.
Most excellent for a cool evening meal. I substituted a half and half mixture of low fat chicken broth and water with chicken boullion cubes to cut the fat content down. Sometimes this results in very good dishes, sometimes not. This dish adapted with flying colors. Will keep this one around for when the weather turns really cold.
We loved this recipe. It was hearty and very quick to prepare. I have been asked many times for the recipe.
another 5 star review. my family went back for thirds! like other reviewers, i also warmed up the (1/3 less fat) cream cheese with some of the chicken broth to make sure it dissolved completely. then i pureed the soup with my stick blender for a nice smooth finish. fyi - i chose this recipe over another that used roux cause this contained a lot less fat. very happy tummies! UPDATE: I just made this again - this time with Recipe #24750 in place of the onions. it was wonderful-er!
I made this soup two days ago for our lunch....it disappeared for breakfast when my husband tasted it on the way to the breakfast table...Made a new batch this a.m. for grandgirl for lunch....Husband has been tasting again.....he is absolutely wild about this recipe and so am I.... Thanks so much for a real success.... (I added 2 tablespoons of parsley flakes and 2/3 tsp. celery salt)
This was amazing! Only change I made was to use black pepper instead of red and to blend the potatoes to make it smooth.
Very simple soup to make, and very good to boot!
I made this soup today, and it is DELICIOUS.............. I will make this again it was fantastic..........

Thank You for posting this recipe......
Great soup. It was so good that next time I will make a double batch. I also decided to add some cooked crumbled bacon and chives. This was my first meal from Food.com. <br/>Loved it!
Myself as well as other users have had problems with curding. I now use only Philadelphia cream cheese because it seems whenever I use a different brand it curdles or just won't melt. With Philly it is always smooth and delicious. ( and no I do not work for or have any affiliation to the company lol)
Oh my, this soup is delicious...I used 6 cups of broth and 4 cups of potatoes....when the soup was about done, I added the cream cheese and about 1/2 whipping cream and a can of corn and let simmer for a few minutes....the soup was still a little thin so I added approx 1/2 cup of instant potatoes to thicken...(I did not measure, just added and stirred) this soup is so good and so easy to make....my entire family raved about it...will be making again, soon!! THANK YOU FOR POSTING!
We enjoyed it very much. I added the carrot and celery suggested in an early review. Didn't want to sacrifice any chunky potato goodness, so I thicken with about 1/4 c potato flakes added after the cream cheese was incorporated. Do recommend using reduced sodium broth.
Wonderful soup. I only added a little more seasoning. Next time I'll add some small diced up potatoes at the end since they render down and get smashed so easily.
Were leaving for a few days and I wanted to use up some things in the refrig..I increased the broth by 1 cup,I used 1/4 cup green onions chopped fine,I used 2 leftover baked potatoes,shredded.And added 1/2 tsp black pepper,1/2 tsp salt reduced red pepper to 1/8 and served with crispy bacon crumbled on top of each bowl of soup..My DH said its the best potaot soup Ive ever made yet..I added shredded baked potaotes to pot when I did the light mash made a nice flavorful,thickier soup.....I will be making this again..Thank U for this recipe.....
We love this soup! I don't know that it really reminds us of Panera's Potato Soup, but it is so good. The addition of the cream cheese at the end is what makes the recipe. When we're looking for an easy, yet flavorful menu for guests, this one always makes the cut. Thanks for posting!
Okay, I made some changes to make it even easier and heartier. I used 2 cups of broth and 4 cups of water, brought it to a boil, and added two 4 oz packs of instant mashed potatoes. Meanwhile, I browned a pound of turkey sausage with two onions. I added the cream cheese to the soup and whisked it smooth, then added the sausage and onion. Unbelievable!
Outstanding, and so very easy! I only had about 8 medium sized potatoes, so I added a bag of frozen Potatoes O'Brien. I also added about a cup of chopped celery, used (5) 14oz cans of chicken broth rather than 4 cups, and when it came time for the cream cheese I used (2) 8oz packages. Just before adding the cream cheese, I thickened with about 1/3 cup of dehydrated potatoe flakes. Needless to say, we had some for leftovers and I was able to freeze a batch for another cold day. I'm certain this soup would have been perfect just as it was written, but because of my shortage on potatoes I improvised just a little. Thank you for posting Shawn, this is going to be a regular winter rotation at my house!
Great recipe, Shawn H....Thanks! I followed the tip posted by kaykendrick50 of baking the russet potatoes in the microwave with the jackets on. I peeled the potatoes after they cooled down with my fingers so to retain as much flavor as possible. On a whim, I substituted Old Bay seasoning for the seasoned salt because I don't like the flavor of seasoned salt. The soup was delicious. This could easily be made into a main course meal with adding some freshly cooked clams, prawns or scallops to the soup. But I think that I would substitute vegetable stock for the chicken broth if I used this potato soup recipe to make a chowder.
Amazing. I've never made soup, and I'm so proud of myself that this turned out good!!<br/>I've never actually CHOSEN to add onions to something, but I decided to just grow up and follow a recipe as it was written for once! I'm glad I did. I did a couple things different and that was that I probably doubled the red pepper, which is delish, but maybe just a TAD spicy... and I used the reduced fat cream cheese with no problem (or notice) I think I'll try some of the suggestions on here and try adding some things like bacon, canned corn or different veggies next time.<br/><br/>(warmed up cream cheese in mic and just heated and stirred for as long as it took to melt it... no probs! Just give it time!)<br/><br/>Great recipe! Thanks!
I made the recipe as stated but added Ranch Salad dressing seasoning mix. It added a wonderful flavor!! I love this simple easy recipe!!
Really warms the innards on these cold winter days. This could easily become a favorite with us!
I also created an account to post a review!<br/> <br/>I used white potatos for this soup & doubled the recipe. I took some potatos out & blended them to thicken up the soup, but this didn't work. Then I took out a bit of the liquid & added flour-2 different times-, still wouldn't thicken up. The soup also tasted quite bland. I ended up adding a bit more season salt(to taste) & also added a cup of shredded parmesan, asiago & romano cheese. The cheese made the difference!! Tastes just like a restaurant made it!
I have made this soup a dozen times already. It is great. My kids love it. I disagree with the comment that calls it a "base soup". It is a traditional potato soup. If you add corn and ham it is then a chowder and I don't really care for chowder. This recipe is GREAT!
This recipe was SO easy and VERY yummy. I added a few extra potatos and used salt instead of seasoning salt and added a bit more cream cheese because it seemed a little thin. Excellent & Easy...the best kind of recipes!
This soup was so easy to make and well worth it. I would use a little less red pepper next time, but DH thought it needed more so I guess this is the right ammount to please most people. I may try throwing some clams in next time and substituting a little of the chicken broth for clam juice. I served it in a bread bowl.
Amazing! I sauteed my onions with some garlic before adding to the broth, reduced the salt to a dash, added 2 1/2 c. chopped ham, and used 1/4 c. potato flakes to thicken just a little more. Perfect for a cold, snowy day.
Five Star Fabulous! Easy. Delicious. I added several sprigs of thyme to add a bit more flavour. I followed the advice of another reviewer and made sure the cream cheese was not cold when I added it. I garnished with some snipped chives. One of the best soup recipes I have tried in a long time.
Oh my stars, this is excellent IMHO. Easy, fairly quick and delicious. We like things a bit more spicy and next time I will boost up the seasonings, but this soup rocks. Thanks for sharing!
Yum!
This was outstanding! I had to use more seasoned salt in this because I used low sodium chicken broth since that's all I had. I found the cream cheese hard to mix evenly with the rest of the soup even after leaving the cheese sit out bringing it to room temperature like other reviews said to do. Next time I make this (and there WILL be a second time) I will add the cream cheese into the soup BEFORE mashing any of the potatoes. I had to stir and stir the soup to get the cheese to melt and while doing this, it was mashing more and more of the potatoes (I like my potato soup to be a little chunky in the end). Absolutely a greaaaaat recipe!
This soup was so easy to make and soooo delicious!! Used black pepper and cayenne pepper by mistake and even though it was outrageously spicy, we still ate every last bite. Great reheated also!
This was great! I added a little curry, but it would still be good without it. I think the next time I make it, I will add more potatoes. Maybe some croutons on the top, too.
Loved the soup!! I used three 14 ounce cans of broth and added one more potato so I wouldn't have any leftover broth. Worked great with the rest of the ingredents. Added a little packaged bacon before serving - and will try ham next time I make. Very good and quick soup for meal time!!
Very few instructions. Instructions not clear
Hope this is better than Panera's, they make the worst potato soup I have ever eaten ... their wild mushroom is just as good.
AWESOME! This was so delish! The only change I made was I satueed the onions with 4 slices of chopped bacon, which gave the soup a really rich flavor. Thank you for sharing....loved it!
Easy and so good. I pan-fried the minced onion, bacon (then finely diced it), capsican (finely diced)
This soup was great. Perfect for a cold winters night. I did use light cream cheese at room temperature and could not get the cheese to blend completely. I will try again with regular cream cheese next time. Fast and easy.
Really good, fast and easy! I was surprised at how quickly this soup came together. The only thing I did differently was to use reduced fat cream cheese and a few crumbles of bacon. I think next time I'll add some chopped green onions for garnish
very good! I've never had Panera's version, but it definitely tasted like something you would buy there.
This was my first time ever making potato soup so I was a little nervous but this came out great. My family is big eaters so I had to make a larger pot of soup. I used 8 cups cubed potatoes, 6 cups of chicken broth, 2 chicken bullion cubes, generous amount of black pepper, 1 8 ounce pack cream cheese and half of another package(heated in microwave to soften first, helps with melting). After potatoes were softened enough to mush, I added about 1 cup of shredded cheese and real bacon bits...not the crunchy ones. This soup was great. My teenage son swore he wouldn't like it but after tasting it he said "ok ok I LOVE IT, add it to my recipe book." Thanks for great recipe. Very easy for a new cook.
AMAZING! This is the second time I have made it within 2 months... Recipe is spot on..thanks for sharing!

I too added a little more onion & carrots...yum
This soup is to die for! I love potato soup any way but this is by far the best soup I have had. I made a huge pot of this soup and my husband couldn't stop eating it. He polished it off in no time at all. I'm making it again today for my mother. I know she'll love it! Thanks for posting it,
extra yummy. I like to add potato toppings such as bacon, cheddar cheese ect....
I wasn't really impressed with this recipe. I found that the cream cheese was very over powering and not very pleasant. I added bacon and garlic to give it some flavor, but finally gave up. It did taste better the next day, but I don't think that I would make it again.
This is really delicious. I used vegetable bouillon cube and water to replace the chicken broth, and this came out SO DELICIOUS. I also added a little fresh parsley and garlic. I love the soup really hot, and still getting yummy chunks of cream cheese once in a while.
Double the potatoes!
I am rating this soup with out stars, as when I first started making the soup, I found it to be bland, and saw that the soup really needed more potatoes. To make the soup more flavorable, I added a 1/4 teaspoon of garlic powder, and added it when cooking the broth, potatoes, onion, and spices. While I did add 5 cups of potatoes, I still felt the soup needed more potatoes, so I added a cup or two of southern hash brown potatoes (they were frozen, so I cooked them slightly in my microwave; just enough to unthaw them). I also added a can of whole kernel corn, (drained) and about 2/3's of a (4.5 ounce) package of Oscar Mayer Bacon Bits. The added ingredients made this soup taste really good!! By the way I should also mention... I did mash about 2 cups of the potatoes, (with a hand held potato masher) but next time I decide to make this soup, I'm going to add even more potatoes, about 8 cups, (that's 2 cups of taters per each cup of the broth) and I plan on mashing about 3 cups the potatoes. One more thing... the first day I made this soup, I had noticed, not all of the cream cheese melted into the soup, but on the 2nd day I reheated the soup, it finally did. I would suggest to others, to make this soup one day earlier prior to serving, so the cream cheese has a change to melt more evenly into the soup, and to possibly undercook the cubed potatoes just a bit, so when reheating the soup the next day, the potatoes will be cooked through, but not overcooked from making the soup the day before. Shawn, after I had made some changes to the recipe, and reheating the soup a day later, I found this soup to be more enjoyable to my taste buds. With the changes made, I would give this recipe 5 stars, but if made with out the changes and as written, I'm sorry but I would only give this recipe possibly 1 or 2 stars. Shawn, I do look forward to making this soup again, and I'd like to also thank you for the recipe.
Huge hit with the entire family! We used ham stock for the base, which added a nice, rich flavor. Potatoes were diced, which reduced the cooking time and we used an immersion blender to make a smooth soup with a bit of texture (worked well mixing in the cream cheese also). We served it with a loaf of focaccia and made it a meal. Next time we'll crumble up some bacon for garnish. Definitely a keeper!
Absolutely SENSATIONAL!!! Best thing of all is that I have 200 lbs of potatoes canned in the basement. And quarts of Chicken Broth. Talk about easy...threw the potatoes, broth, cream cheese and spices in the crock pot, turned it on high, came back a few hours later and used the potato masher to mash up the potatoes...instant YUMMY SOUP!
As is, it's delicious, but a bit single note for me. I increased the onion to half a cup, added some diced carrots and used Neufchatel (the lower fat content let the other flavors come through.) These modifications gave it a little sweetness and depth. I also put nearly half in the blender for a very thick soup.
Excellent! I'll cut back on the red pepper next time, though. Diced ham is a good addition...thanks for sharing this recipe
Simply perfect! So easy and very delicious!
Loved it! loved it!loved it!

We like a thicker soup so would either reduce broth by 1 cup or add 2 more cups of potatoes. I have been making a similar soup for years using cheddar but will use cream cheese from now on.
This is so delicious - my husband asked me to make it for him every week from now on! I added sausage like the others. I browned it (2 lite sweet Italian turkey sausages that you'd buy to eat in a bun) with the onion, then added the broth, potatoes, and onion. I also used reduced fat cream cheese and it was still FABULOUS. Thanks for sharing!!!
The best potato soup ever! And so easy! Thanks for the great recipe.
Very good flavor, but I was so surprised at how thin it was~~even after trying to thicken it up with corn starch. Next time, I will definitely add more potatoes to the initial soup. For now, I've sent my husband to the store to buy some frozen cubed hash browns that I can whip up and add to the leftover soup I have. Thanks for posting! Love the cream cheese twist!
Another five star review! This soup was so yummy! I sauteed the onions in a T. each of butter and EVOO before adding the broth, potatoes and spices. I also added a shallot in with the onion, since I had one sitting around. Other than that, I made no other changes. The cayenne pepper added a nice little zing to the soup. I also love that all of the ingredients are items I have on hand all the time, so I can have a batch of potato soup ready to eat in under an hour, whenever I want.
Very good soup- YUM!! I used black pepper instead of white pepper, but otherwise followed as written. Nice combo of kick and creamy- comfort food that clears your sinuses ;) The flavors are excellent together, and it is very easy to make. I'll definitely make this again. If you don't mind having a few skins in there, dicing washed redskin potatoes makes it even easier and adds some color. YUM!!!!
DH wanted to make a nice soup in honor of the rainy day we had, but I didn't want the French Onion he was suggested. I pulled this up as an alternative. He was extremely skeptical but agreed to make it anyway. Over the course of the day, we devoured the whole pot, nearly licking it clean. Simply excellent. Thickened up nicely once we mashed up some of the potatoes. We added a little Tony's Creole Seasoning. DH liked his with bacon bits, I ate mine with extra pepper. Would also be great with corn or jalapenos.
Great Stuff! I added Garlic Salt for more flavor, and diced honey ham as well. Will be making this again!
I've made this twice now, and each time it has been gobbled up .. it is delicious, and I don't even like potato soup (I cried when my Mom made it when I was a little girl b/c I hated it so much, but this isn't Mom's!) I used part regulard potatoes and part red skinned potatoes and it makes a nicer presentation, otherwise I made it according to the recipe!
Perfectly perfect!!! At the request of my husband I added 2 cans of wax beans with liquid and a can of green beans as this is the way his Slovak mother made potato soup. He added a splash of red vinegar to his bowl and you know what? It was good that way!!! Try it:) Thanks for a great recipe Shawn H!
This is soooooo good! I've made it twice. The first time I made it as written. The second time I added smoked sausage and a little bit of dill, as well as some cheddar cheese. I like it the way it's written for lunch, and with smoked sausage for dinner. Yum! Thanks!
I made this with Rescued Turkey Stock and lowfat cream cheese. It was SO delicious!
So incredibly easy! I did add a bit of cayenne while cooking and topped it with shredded cheddar and green onion. Delish! Did not have any problem with the soup being too thin- I mashed aprox. 1/3 of the potatoes against the side of the pot with a spoon and that took care of it. Really great!
I thought this was great. I used onion flakes and a combination of bakers and red potatoes. In the end I had to wisk the top of the soup to get the cream cheese to melt but it was worth it. Will make this again, thanks for posting :)
Fast, easy and delicious! Used chive and onion cream cheese, then creamed the soup with an immersion blender. Thanks for posting! Just had to add it was even better the second day!
I never knew soup could be so good!
Made this last night. Did make a couple of changes--added carrots and used a mix pepper blend. I added grated cheddar cheese and a bit of fresh dill when I served it. It was wonderful, my husband ate three bowls full and both kids cleaned theirs up too. Thanks for a wonderful recipe.
Simple &amp; delicious!!!! Will surely make again. This recipe had excellent flavor and texture. If you are worried about the cream cheese looking curdled when it is first added, don&#039;t worry it is just not 100% melted. after melting on low heat for 10-15 minutes cheese will nicely smooth into the soup. Also when it said smash a few potatoes to release the flavor I smashed a little less than 1/2 of the potatoes which worked great. We also left out the ground red pepper due to picky kids in our family, this also had no negative effect on the flavor. :) ENJOY!
This stuff is KILLER!! I added two extra potatoes, about 3 carrots and a little more water. This is going in my cookbook.
OMG - this was awesome!! It's amazing that so few ingredients can produce such an incredible soup and how quickly you can make this!! I made a batch and a half of this last night (ate 2 huge bowls myself) and packed up the rest for my hubby and I for lunch today!! Just the right amount of spices without it being too spicy!!
Very good and easy to make. The first time I didn't have ground red pepper and it was more bland. Now I have it and gives more flavor and a subtle kick. Very good!!!
Loved it! w/ pepper bacon, green onions & sour cream.
Wonderful soup!!! My husband and I are big fans of Panera when we're in the States and this hit the spot. The instructions were great and easy to follow. I didn't have red pepper so used black instead and the taste was great. Will be using this again!
This is the third potato soup that I have tried to make. This one was the easiest and by far the best.
I made this tonight and it was wonderful! My family ate every drop! Thank you Shawn H for sharing this special recipe with us!
This is so yummy! I used onion powder instead of an onion and also added some garlic. I think the only change I would make next time is to reduce the amount of broth, we found it kind of liquidy and we prefer our potato soups thicker. Thank you for posting!
Very easy to make. Delicious. The cream cheese really added to the flavor. I will definitely make this again & again..
SO Easy and Fabulous! I goofed and picked up beef broth, I was a litle hesitate to make it but I did anyways... It was outstanding! It tasted like a baked potato beef roast soup! Definetly 5 stars!!!
This was a really good and simple recipe. I should of made a double batch as it was gone far too quickly.
Thanks.
easy, fast, delicious, got rave reviews from DH, thanks!
I modified the recipe as follows: used very low sodium chicken bouillon and added to 4 cups water, white onion, no seasoning salt, and neufchatel cheese. I also added fresh cut-up broccoli, and a few carrots while cooking the potatoes. When the mixture was done, I pureed it, then added some cheddar cheese until it melted. Yum!!
I put all ingredients in a crock pot and added cream cheese at the end of the cooking time. Low: 6-8 hours....but may have been done sooner than that. I used freshly cracked black pepper and dried minced garlic in addition to the other spices.
Love this recipe! My wife's &quot;perfect cold day meal&quot;!
This recipe was super easy to put together. The DH had a sudden yen for potato soup and this worked in a pinch. I omitted the red pepper flakes and substituted some creole seasoning. Very hearty and yummy!
This recipe has all the right stuff--it's quick, very easy to throw together, VERY delicious, and inexpensive to make! Note to self: 4 shakes from the red pepper jar does not equal 1/4 tsp...so beware, the red pepper can make this dish spicy very easily :)
delicious
made this tonight after fixing picky childrens boring supper, very quick to make, followed the directions to the letter, even bought the seasoning salt for the occasion. The only thing that went wrong is we were having a snowstorm here and so the liquid evaporated too quickly and I should have added more chicken broth, but I didn't cuz I was trying to stick to the recipe, so the end result was a bit thick, but still totally delicious. DH loved it and picky eater #1 tried a spoonful and said I was allowed to make it again and he would eat it....hahaha now that is good.

Thanks so much for sharing!!!!

update 10/22/09 I made this again, and this time started with more chicken stock to avoid the evaporation problem I had the first time. This time I used neufchatel instead of cream cheese to cut fat, it was still delicious everyone loved it.
Ok though i'm givng it a 3 stars does not mean the recipe is not good. I made it from Christimas and my family enjoyed it. I just don't think its a 5 star recipe like a lot of people do here. For me to rate something 5 stars it has to be spectacular and i didn't find this recipe to be that. If i could give another 1/2 star i probably would. Now that being said i have never tried Paneras soup so it might taste just like it and "maybe" thats the reason some people gave it a 5 star rating. Only slight change i made to the recipe was to make it in a crockpot. I just put the cream cheese in the last hour. I seen someone put back in theirs. That might make it slightly better.
Just made this tonight... It was really good - I HAD to add bacon though. Fried up 4 thick slices of bacon then sauteed the onions in the bacon grease before adding to give the soup some more flavor. Put 1/2 the crumbled bacon in the soup then used the rest as garnish. Added green onions and cheese as garnish too. I didn't think the cream cheese was 'too much' as some noted, but then again, I like cream cheese... alot! DH even thought it was pretty good and he's not a fan of potatoes OR soup!
I am home sick with swine flu and DH made this for me. Oh my gosh! So delicious! You can do so many things with this too! Can't wait to try it with Italian sausage!
I did not know exactly what to expect. I new it would be good but it was GREAT. The potato flavor was 60% the cheese 40%. It was the right thickness and texture. It fact it gives me a idea for a fondue. Everyone had 2 bowls and suddenly it was gone. I followed the recipe to the T and it was worth it. What are you waiting for, give it a try.
Pigpurple
Enamorado, means in love. Made this wonderful recipe tonight. I added 4 cloves of roated garlic to it, totally mouth watering. I will be making this masterpiece often. Both my husband and I loved it.
Thank you Shawn
The wife said to put this into the 'keeper' file and give it all the stars...She cooked this one up and later said this is her ONLY potato soup recipe from now on...And I can live with that...
This is a great potato soup recipe!! I had never had it with the ground red pepper (cayenne) before and I am definitely a fan! I actually cut the recipe in half because I only had half the amount of chicken stock it was calling for and it was still fabulous! I was a little worried about the cream cheese when I put it in because of the way it looked, I thought I maybe hadn't turned the heat down far enough but it was fine! I will definitely be making this again and again. Thanks so much for a great recipe!
It was so good and I am making this again for the second time in less than two weeks!! This time I am going to add cooked bacon pieces at the end. Thanks for sharing, Shawn H!! :)
More potatoes or less broth. I skimmed off two cups of broth and added two cans of potatoes and a half cup of potato flakes. Company was coming so I had to "cheat", great soup though. Maybe I like it thicker?
This was fabulous. Make it today, and since I have 3 youngs kids and dont have time to cook it at crazy hour (5 pm) I made it ahead and then left it on warm all day in the crock pot. It was great. Also pureed with an immersion blend. That was very easy. I cut back on the salt to 3 tsp and left the same amount of cyenne pepper. THe pepper makes it quite hot as in spicy but still mild soemhow with the potaoes. Wonderful flavor. Also I didnt have quite enough broth for the liquid so used water for the remainder and worked fine. I orginally wanted broccoli cheese soup so I added broccoli floretts. I boiled them on the stovetop and added them along with shredded cheddar cheese to make it a broccoli cheese soup. So very good. Very versatile recipe. It was delicious too before I added the broccoli or cheese.
Very easy to prepare, my children both ask for this when they are home sick.
There is a bit of additions I made, red pepper flakes, lots more cheese, its nicer and creamier that way, but overall this is a keeper for certain.
thanks for posting. so quick and easy. i topped it with crumbled bacon, fresh chives, and shredded cheddar- awesome!
Super easy and super yummy! The whole family loved it, even the picky eaters :) Thanks for an easy and delish soup recipe....
This was great! It was much richer than I'm used to in a soup but that's not necessarily a bad thing :-) DH commented that it's perfect for dipping bread. Thanks for this recipe!
My husband said this was good, but I'm sorry to say that I was disappointed with it.
DELICIOUS!!! I still can't believe how EASY it was. This is a keeper...thanks so much!
Sublime! I used vegetable broth in place of the chicken broth. Used leeks in place of the onion I also sauteed the potatoes and leeks a bit to brown the potatoes. Will make this time and time again. Yum!
AMAZING!!! I found this about 2 weeks ago and have already made and devoured 2 batches. :)
This is absolutely delicious as written. I made the recipe plus half because I had 6 cups of chicken broth. I&#039;m pretty sure I used more potatoes then the recipe said to use. I used my electric pressure cooker. Threw everything but the cream cheese in and cooked for 18 minutes. Took half of the broth and more then half of the potatoes out and blended it with the cream cheese. I used lite cream cheese by the way. Poured it back into the pressure cooker. Stirred and done. Delicious. I seriously think it was the seasoned salt that made the flavor. Lawrys. Delicious! Thank you for the recipe!
very good soup! prepared as written aside from using veggie broth rather than chicken. i did have to add about a cup of water as it was getting pretty thick. great flavor and texture- i will def make it again but next time i think i'll use a little less cream cheese as it was a bit much for me.
I rated this recipe four stars because although mine was very good, I think the bacon is an absolute necessity for flavor and the recipe doesn't call for it. I also used sharp cheddar cheese in my bowl and used quite a bit. I did however omit some of the cream cheese. So with a little tweaking I thought it was very tasteful.
This soup made my husband and me very sick. It was waaaay too much cheese. And I'm sure my cheese wasn't bad, since I bought it the same day...
This was very good. I made a double batch last night. I read a bunch of reviews and did what some others did. I prebaked the potatoes in the microwave and then cut them with their skin on. I let them cook in the broth for a while and smooshed them, then added the cream cheese. I immediately used my stick blender to make it all creamy. My husband asked me to add bacon so I cooked up a package of turkey bacon (we didn't have real bacon in the house) and it really added great flavor. Although it really didn't need it we sprinkled cheese on top. The kids were not fans, but our daughter doesn't like potatoes unless they are french fries so it wasn't a surprise and there were too many flavors going on for the toddler. Great soup! Looking forward to leftovers today. Mmmm
I unfortunately didn't get to try this recipe exactly as listed but it was still quite good! I used onion and chive cream cheese instead of regular, omitted the onion because I forgot, added as much potatoes as there was stock and I tossed in sausage and chives. I used and immersion blender to blend about half of the soup and left the rest chunky.

I think the soup would be very good as listed but for my personal taste I think I am glad I added the sausage as it kicked it up a notch
This soup is really good! It must be since my hubby has asked me four times when I will make it again! I wonder if you could sub cauliflower and/or broccoli for someone with diabetes instead of the potatoes. I might try it and see how it goes! Thanks for the great recipe!
We LOVE this. It is the one left-over that I know will always disappear. I use 6 cups of potatoes to make it slightly creamier. Delicious!
Why oh why can't we give 100 stars for recipes like this? This will replace my old standby potato soup recipe.
I also used bullion in addition to the canned broth. I only wish I had tripled the recipe.
Thank you for sharing this with us.
I know this doesn't need another review but it is so good I had to.
If you like potato soup you will love this. If you have a hungry hubby and son you will want to double this. I only got to taste the soup, they ate it all! My son like to cook too, he added bacon and sharp cheddar cheese to his and said it was awesome. Thank you for posting
I followed the exact directions, so no changes were necessary. Perfect as is!
Delicious and very easy! I caramelized the onions before adding them to the soup pot and added some extra veggies.
My husband really liked this soup. I thought I would be the one to like it but I found the cream cheese to be too overpowering. I also did not like the white pepper in this dish--black would have been better with the potatoes. I served with bacon crumbled on top and a few chives . It looked nice.
Great Recipe! Thanks for sharing. I used more potatoes than the recipe called for and used some Tastefully Simple Garlic Garlic seasoning in place of the seasoning salt. I think I'll try adding some carrots and celery next time as suggested by others. Made again in 2010, still awesome!
I can't get over how simple and delicious this is. I had everything on hand in my pantry. Added a few dashes of hot sauce instead of the cayanne. Very good for cold snowy days.
My cheese never did completely melt, but this was delicious just the same. Thanks for the posting!
All I can say is awesome! I added about 2 cups more of potatoes and it was excellent.This will be my go to recipe from now on.Thank you
This was OK, but not something I'm likely to make again. I've never eaten at Panera or had cream cheese in a potato soup, but something about the flavor just seemed "off" to me... I guess this just isn't my cup of soup. Thanks anyway.
This soup was SOOOO good and so much easier than a roux based potato soup. I lightened it up by using light cream cheese and we topped it with light sour cream, cheese and bacon bits. I also used bullion as I didn't have any canned broth on hand. This soup also has a nice spicy kick that is a perfect balance to the cream cheese. I suggest using Idaho (baking) potatoes as they will "melt" into the soup better than a red potato. This one is a keeper!
well I have to say, this didnt turn out very good for me. I went exactly by the recipe. The only thing is I didnt have the blocks of cream cheese but I had the containers, so thats what I used. I wouldnt think using the containers of cream cheese versus the blocks would make that big of a difference, but I really thought this would be delicious from all the reviews. I will make it next time with the block of cream cheese just to make sure that wasnt what ruined the recipe. But I have to say this was very bland and boring. I had to add lots more seasonings, and pile on top extra cheese, green onion, and bacon to try to make it taste better and have some flavor. Ive had this at panera, and this recipe didnt do it justice. I will make again sometime to see if it comes out better...but as for now, I give it 3 stars.
I have eaten many potato soups and I actually have a favorite recipe I normally use. However, I decided to try a new receipe for a change and this one intrigued me because of the cream cheese. I must say, this soup is absolutely fabulous and will be the only recipe for me. I made it according to the recipe except I sauteed the onions a little before adding the potatoes. Fabulous taste. Thanks for sharing your recipe.
Absolutely AMAZING...add more potatoes and melt the cream cheese!! I made a double batch and it was gone in less the 24 hrs.
Yummy! Easy to make and taste great.
You don't really need another five star rating but you get one anyway. Made for the Fall Comfort Food tag game.
This soup was amazing, I expected it to be somewhat bland with so few ingredients, but it was fabulous and very simple.
Excellent! We enjoyed it! The only thing I did different was as one reviewer suggested, I baked my potatoes in the micowave instead of boiling. And I sauteed my onion in butter along with some minced garlic. Topped with cheddar cheese when served. I posted picture too. Thanks for sharing!
This is one of those soups that impresses even the pickiest eater! Wonderful soup that is not watery and thin! Thank you for the great recipe
Oooops!! Forgot to add the stars!! Fabulous soup!!!
yummy!! Thanks :)
Wonderful and super simple to make! I cooked it in a crock pot at work and it was gone before it was even lunch time! Some co-workers were upset that they didnt get any! I used fat free cream cheese to cut back on the calories and it didnt change the flavor one bit!
Great Soup!
This soup was fantastic! I haven't had Panera's version, so I cannot compare, but I loved this recipe. It's definitely rich, however, with the full 8 oz of cream cheese, so next time I'll likely use only 3/4 of a package. Also, it was difficult to get the cream cheese to fully melt, so I ended up having to whisk the soup to get most of the cream cheese to dissolve. Additionally, I added an extra cup of diced potatoes, a few strips of crumbled turkey bacon, 1/2 cup of shredded cheddar, and some green onion for a loaded baked potato effect. It was delicious and actually tasted better on day two after the flavors mingled together a bit more. I'll definitely be making this again!
oh my GOSH! This was easy, simple to make, with few ingredients...but with AWESOME flavor!, I have never been able to get my DH to try potato soup, he just does not like it....my son kept going on and on about it and my DH gave it a try...guess what....He loves THIS Potato Soup! I followed directions to the T, except: Used Swanson&#039;s Chicken broth, 2 cans - 3.5 C, Regular Salt and black pepper.Thank you Parsley for a outstanding Recipe!
Just the best! We loved this soup right down to the last spoonful! We had it with Grilled Ham and Cheese sandwiches. I made a double batch, so we could have it for leftovers. Sooo Good!
This is pretty good, It was rich and creamy and easy to prepare. I wouldn't give up my favorite recipe for this one but if you want a little different flavour then the traditional bacon and cheese potato soup, this one could be what you are looking for....
I was highly impressed by this recipe, although I did add a few "perks" of it to make it extra delicious!! <br/><br/>A handful of shredded cheese, a dash of cayenne pepper, 2 tablespoons of ranch dressing, and a tablespoon of parsley. It was nothing but amazing..family and friends all loved it. <br/><br/>Thanks for the submission!
Very good! I used light cream cheese and it turned out fine. I didn't use season salt but did add a bit of garlic powder and about 1/2 cup of lean diced ham. I put in all the red and white pepper, but next time I might reduce the red because it was a bit spicy for the kids. Next time I will also use low sodium chicken broth - it was a tiny bit too salty for us. Thanks for this easy and yummy recipe!
We loved this. A simple recipe but very flavorful and the leftover soup was even better the next day. Easy for quick after work supper with some good bread and salad. This will be recommended to friends and made by us again. Thanks for a great recipe.
AWESOME!!! When we read the reviews we had to try it, and the soup did not disappoint.... Such an easy recipe. We did brown onion and garlic in butter slowly to brown before adding the other ingredients and also cooked the potatoes in the microwave before adding. <br/>Also wonderful the next day. Took a batch to family who had chemo and requested soup. This hit the spot and was easy to eat and wonderful flavor!
I am not going to rate this recipe yet because I have not made it but I do feel the need to comment on it. After working for Panera (St. Louis Bread Co) for 14 years I have seen many soups and sandwiches come and go. This particular soup seems like it was the original Potato Cream Cheese Soup not the one we have now. Potato Cream Cheese Soup was a soup that they used from a company called True Soups and is much different from the one we have now. The one we have now is Panera&#039;s recipe and is called Baked Potato Soup. While many love this soup and do not remember the original I am am fan of the one from True Soups. After I make this one I will update and let you know which one this is. There was a post from Jeff B that said that he worked for Panera years ago remembers the orginal and I am sure he is right about the ingredients.
Wonderful, warm, cozy soup for these cooler fall days. So easy to make and good instructions. I did add a 1tsp of minced garlic and 1 slice of bacon cooked and crumbled to this as a personal preferance and it was sooooo good. Enjoyed by all, I've frozen the left overs and will have to see how that turns out. Thanks Shawn for a recipe my whole family, including picky DGSs all enjoyed.
This soup is so good! I am making it for the fourth time already. I did add quite a bit more potatoes because I didn't think it had near enough. I also added mild Italian sausage and really loved the extra flavor. Thanks so much for the recipe!
great soup but a little bland, added more spices!
Just another five star rating!!! Made this a couple days ago and I made a complete pig of myself with it. I was short on potatoes so I used some flakes for thickening, then used too much and had to thin the soup with some water. Didn't matter!!! It was completely delicious and I managed to eat it all day and almost finish the pot! I hate recipes like this LOL, they make me fat(ter).
Very tasty. The cream cheese adds a nice flavor. At first I thought it wasn't going to melt but after it sat for a while it was fine. I will make this again. I might add a few more potatoes the next time.
This is a great potato soup recipe. I modified it by using homemade vegetable stock, black pepper instead of white, and made a seasoning blend using a little sea salt with onion and garlic powders combined with a creole seasoning I had on hand. The texture and flavors were just right. To enhance the nutritional value I might add some kale next time just before the cream cheese finishing step. This is definitely a rich and satisfying soup and I will definitely make this again.
As everyone agrees, this soup is delicious! I think the problem with the cream cheese not "melting" is actually that it has curdled in the boiling broth. Next time I may try to let the broth cool down for a while before adding the cream cheese, and then slowly rewarm it to serving temperature, being careful not to boil.
I love this soup and have passed it on to friends. They also love it. Of course when they ask me for the recipe, I have to send them the original since I don&#039;t follow the amounts given since I make so much more! The ways to make this are endless! I&#039;ve added cooper cheese, a steakhouse onion cheese and now I&#039;m going to try a horseradish cheese. I&#039;ve also added broccoli and cauliflower to it. Instead of yellow onions, I use leeks which to me give it a great taste. I just love trying to improve the taste of it. I use my stick blender to blend the potatoes and it turns out great. This is one of my go to soups.
really good soup. we put oysters in after a few meals and it made it all new soup . really good
This is the BEST SOUP I have ever eaten! My picky 3 year old ate it up and asked me for it again the next night! Even my husband ate seconds!!!!
My friend and I love having cooking days and we decided to make this recipe. It was delicious!!! I like adding bacon and Mexican cheese on top! Thanks for posting it!!!
Wow!! I was skeptical before adding the cream cheese because the soup was quite bland. The cream cheese magically turns it into the creamy potato soup of your dreams!! I used vegetable boullion for the broth and sauted the onions in butter and added garlic as others suggested. AWESOME!!
this soup is amazing, made slight variations ( according to my family's taste) and followed some other recommendations listed here and holy smokes. I used Yukon Gold potatoes (baked) and saut?ed my onions and leeks with garlic first. I also used a little more cream cheese ( just because I love cream cheese) and then seasoned to taste. I topped my soup with bacon and had sour cream and broccoli available for those that wanted it ...served with homemade crusty wheat bread, this soup was such a hit I had to turn around and make a second pot the following day !!! Thanks loved it
Sauted 3 sliced carrots, 2 cup of broccoli, along with 1 small yellow onion (instead of the minced onion) before adding in the broth (I use Chicken Base) and I assumed the ground red pepper was cayenne pepper, which I halved because my oldest son is a spice whiney.. Added in all the extra veggies to sneak em' pass my boys.. ;) Topped with REAL bacon bits.. This was serious lick the bottom of the bowl good.. Thanks for the post.. :)
I made this on a chilly day. I had everything on hand and followed the recipe as is. It was great. My husband liked it as well. The consistancy was good, not thin at all. Thanks for posting.
For the most part I made this according to the directions. I did not have seasoning salt, so I added a standard variety of herbs. It was flavorful and creamy. The cream cheese added a natural, light sweetness to it which worked well with the potatoes and other spices. I did use a whisk to blend the cream cheese better and to break down the potatoes since we prefer a more creamy texture rather than rustic. It's delicious.
This outstanding! So good and SO easy!
Wonderful! Spicy and creamy, this makes a great winter's day meal served with some crispy bread and a tossed salad! Thanks for sharing, Shawn : )
I was looking for a good soup for a very cold winter day and found a keeper! I doubled the recipe and my family still wanted more! Instead of using 2 packages of plain cream cheese, I used a chive flavored variety I had on hand. I think this gave it even more flavor. Served it up with bacon bits and cheddar cheese on top....Excellent!
Fabulous!!!!!!
This was great! I wish I had bacon for the garnish, but shredded cheddar was fine.

Even my MOM could not criticize this!!
my very picky 5yo daughter who hates mashed potatoes...cleaned her bowl...anything that is eaten wo a fight here deserves 10 stars!
Excellent and easy recipe. I was worried about the cream cheese melting, because that kind of thing usually happens to me. It took a while to melt but it was worth it.
This was delicious! My husband is not a soup person at all and he raved about it! He's actually requested it for dinner several times now and trust me...that's saying something. Thanks for posting, I'll be making this for dinner tonight. It will go great with the foot of snow we have!
Super! Delicious! I wish I could give it 10 stars!

I crockpotted the whole thing on low for about 8 hours and doubled the recipe. I turned it up to high for the last hour so the soup could thicken up and the cheese could fully melt. I served shredded cheese, crumbled bacon, and sour cream on the side. It was all so wonderful. Thanks for a great recipe.
I loved this recipe! This is a keeper. I have tried other potato soup recipes before and the consistency usually came out to thick. My husband even agreed this was the best potato soup recipe I have tried yet! This recipe is a keeper. No more looking for good potato soup!
Excellent! I Iike to add bacon and shredded cheese before serving. Mmmmm.
Just have to add my five stars though this has been reviewed a zillion times. And it's been praised with reason: most potato based soups are heavy on cream or white sauce; this one gets it's creaminess from the cream cheese and consequently, the flavors stay cleaner, fresher. I think this is a base that could be infinitely modified with any little extra ingredient you fancy. I'm so happy to add it to my mainstay soup file. Thanks Shawn H.
very good, will make again.
Very good, easy and simple. Had this for dinner one night in about 45 min. It was very creamy. Some people had some trouble with the cream cheese but all I did was cut in about 8 peices and nuked it for about a 1/2-1 min and had no trouble with it melting.
I have been wanting to make this recipe for quite a while. Finally made as a meatless dinner for Good Friday. Doubled recipe for leftovers. They reheated very well. Easy and good.
This soup is simply wonderful. It came as rather a surprise because it's just so simple! for the broth I used College Inn's rotisserie chicken stock which is really heartier than most chicken broths. Otherwise followed the recipe and put bacon bits and chopped green onions on top and it was to die for. My dinner guests loved it and they all had to have the recipe! Thanks a million Shawn. Truly a keeper. i'm also emailing to my daughter, my best friends, etc. (Haven't had a soup excite me for a loooong time!) ha!
We loved this soup!
This was excellent...went together quickly with on-hand ingredients...will definitely make it again.
This went over really well at a family lunch. There was nothing left to the annoyance of my DH. I love that it tastes great and doesn't need the usual bacon or fattening cheeses. I used low-fat cream cheese and you couldn't tell the difference.
This is delicious soup. I made exactly as stated and it turned out perfectly. It is a bit spicy but good. Thanks for sharing!
This is just about the easiest thing on the planet to make, and it's sooooo good. I was making it for a friend who had just had sugery and was having trouble swallowing. I left out the pepper because I was afraid that would irritate his throat, but it was amazing. He loved it, and so did I. I used lowfat cream cheese. Upadte: I made this again and doubled the recipe using 8 oz lowfat cream cheese and 8 oz fat free. Then I added about 1/2 lb of chopped turkey kielbasa... heavenly...
UPDATE: Lately I have been making this using homemade vegetable stock instead of store-bought chicken broth. I add chicken bouillon to the broth, and then since the bouillon already has salt in it, I don't add the seasoned salt, but I give a good couple shakes of garlic powder, onion powder and paprika.
Really yummy. Everyone in my family likes it, so it's a definite keeper. Have made several times now. Next time I am going to try using a flavored cream cheese because that sounds good!
Couldn't stop eating this soup! Very easy and perfect for a cold afternoon. Made it last night - I doubled the recipe and it will be gone by tonight. I used extra Cayenne and it gave it a nice little kick.
I tried this recipe instead of my usual potato soup recipe that calls for heavy cream. I like this soup and will probably make it again, but it wasn't anything spectacular. <br/>Following the recipe exactly as stated, except to add more onions (sauteed). I did find it very watery, so I added quite a bit of instant potato flakes to thicken it up. Everyone that tried it said that they liked it. It was a bit spicier than my usual potato soup, but I enjoyed the little bit of kick.
I was looking for an easy "comfort" soup recipe right after Thanksgiving. To my utter delight this fit the bill. It was so very easy and so very delicious. The next time I make it I think I will add perhaps a bit of leftover turkey!
